Bréfritari: Benedikt Hálfdanarson
Dagsetning: A-1883-05-20
Skrifað á: Vesturheimi

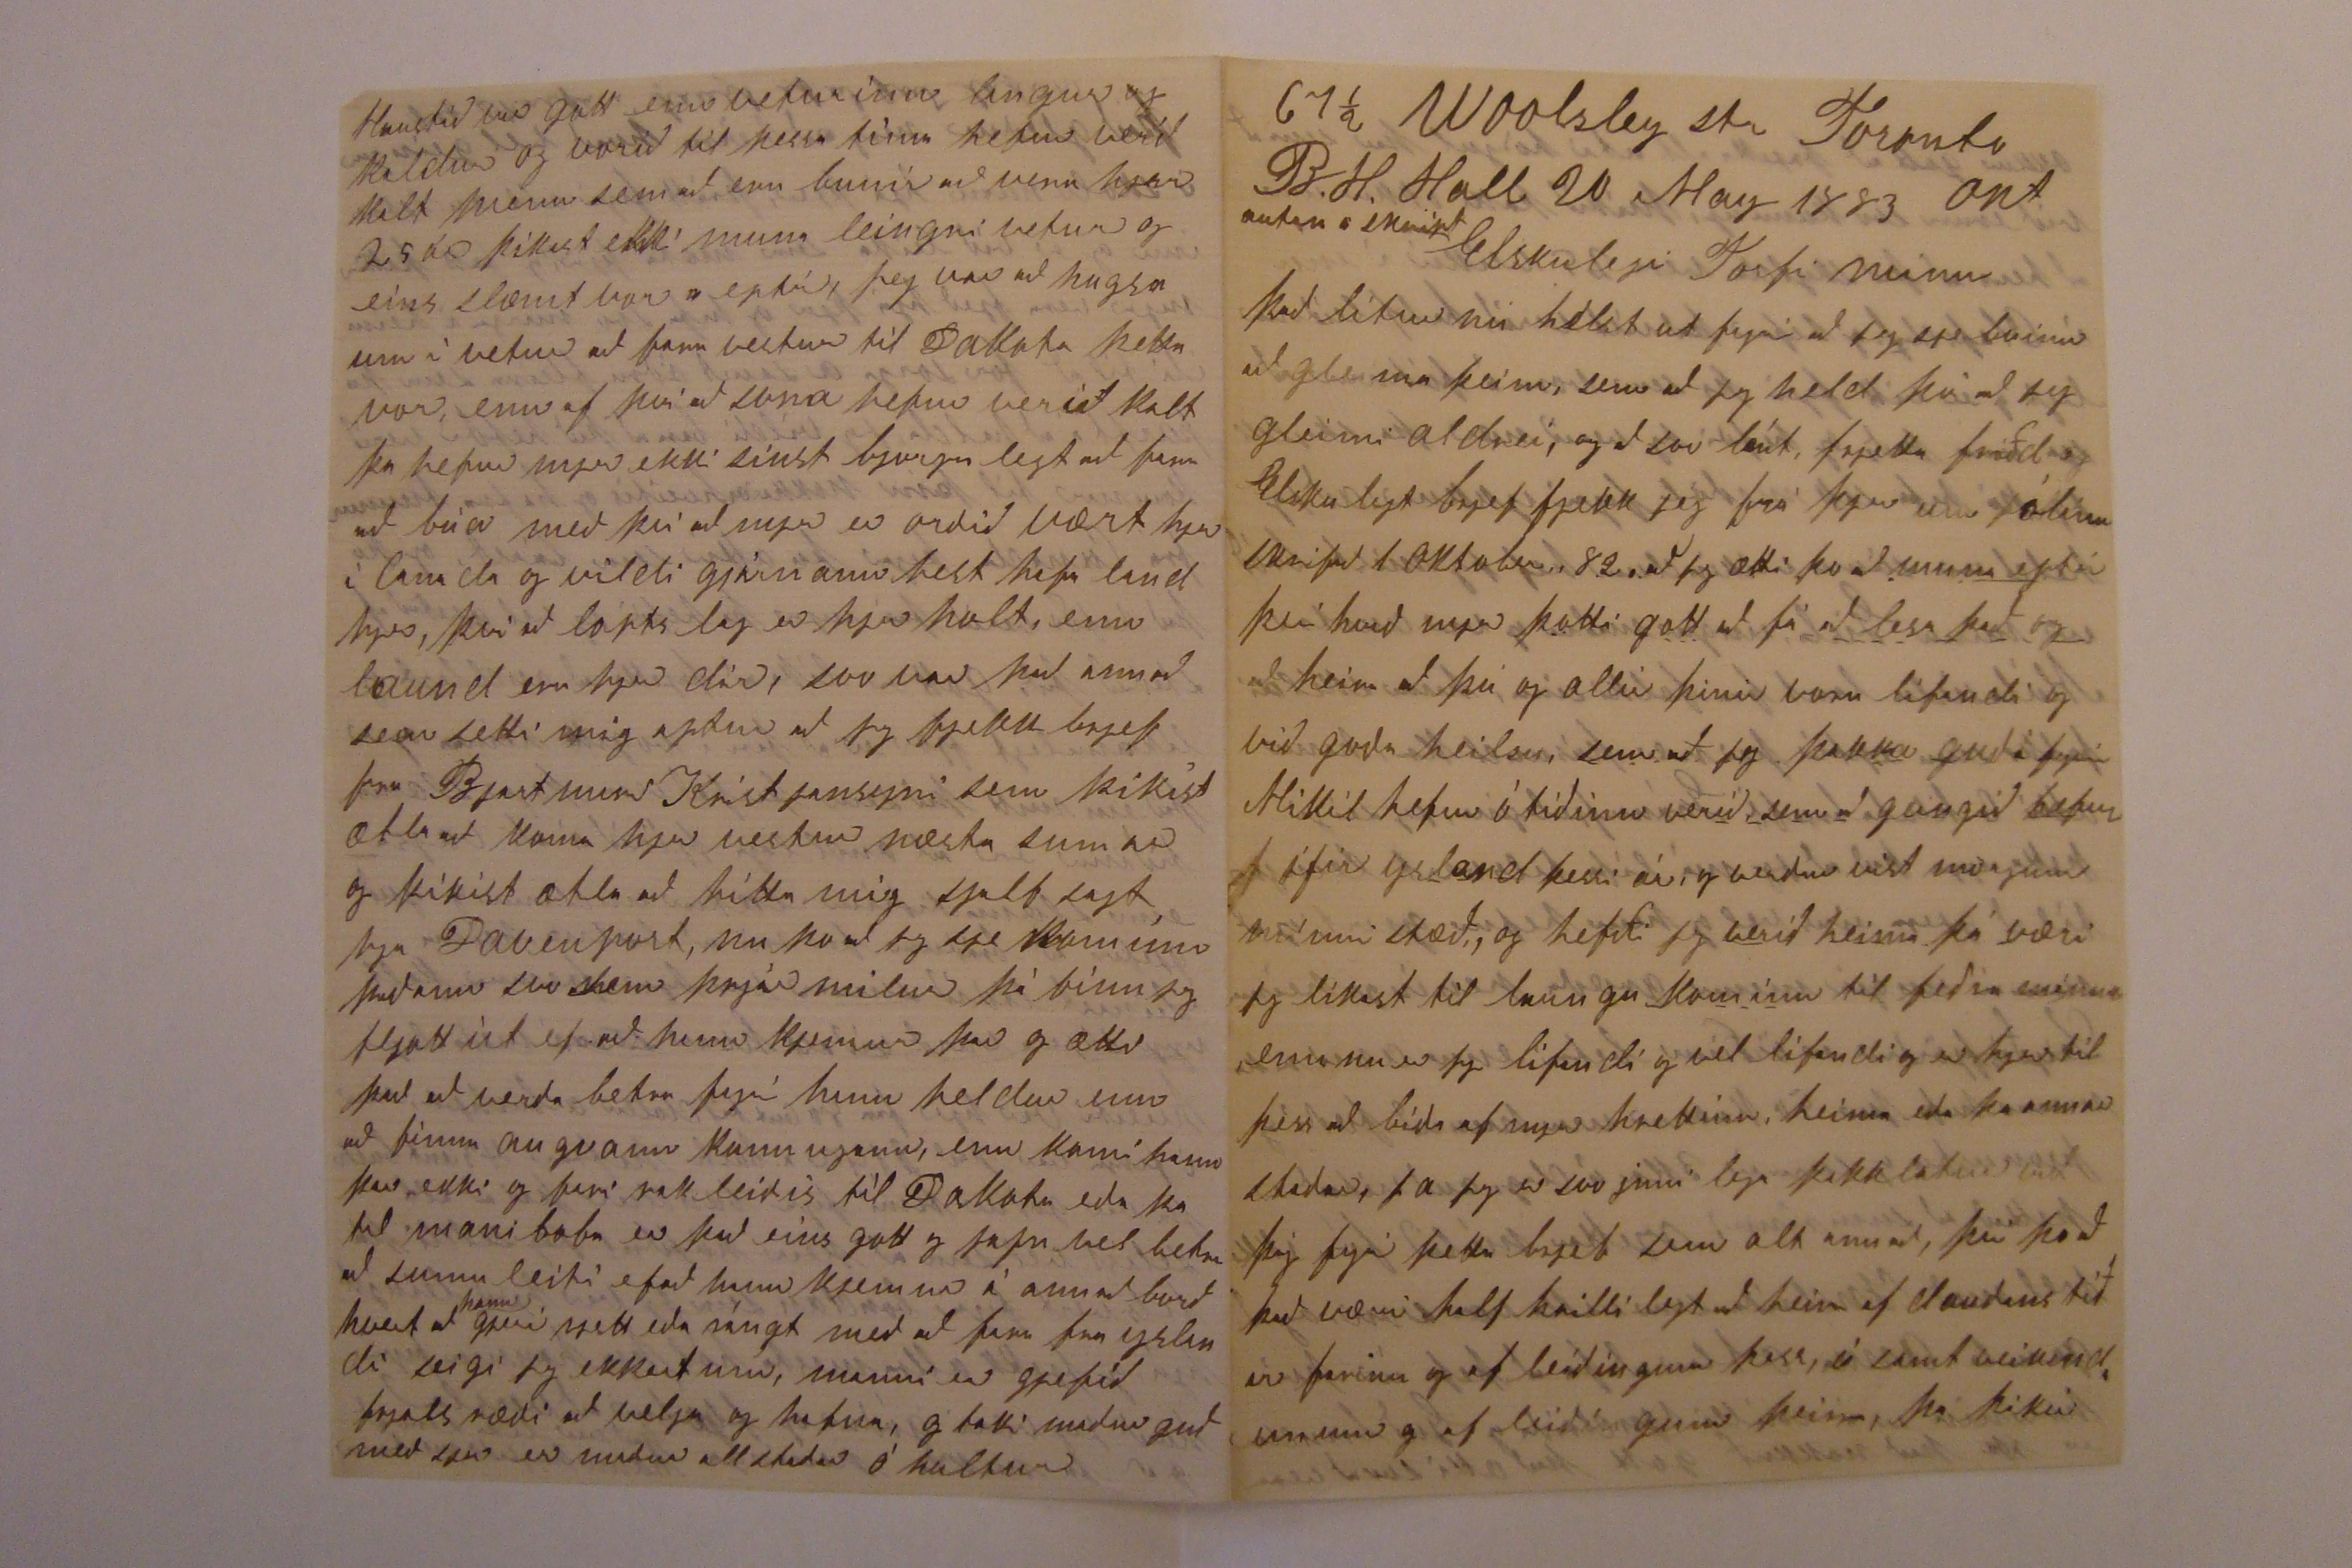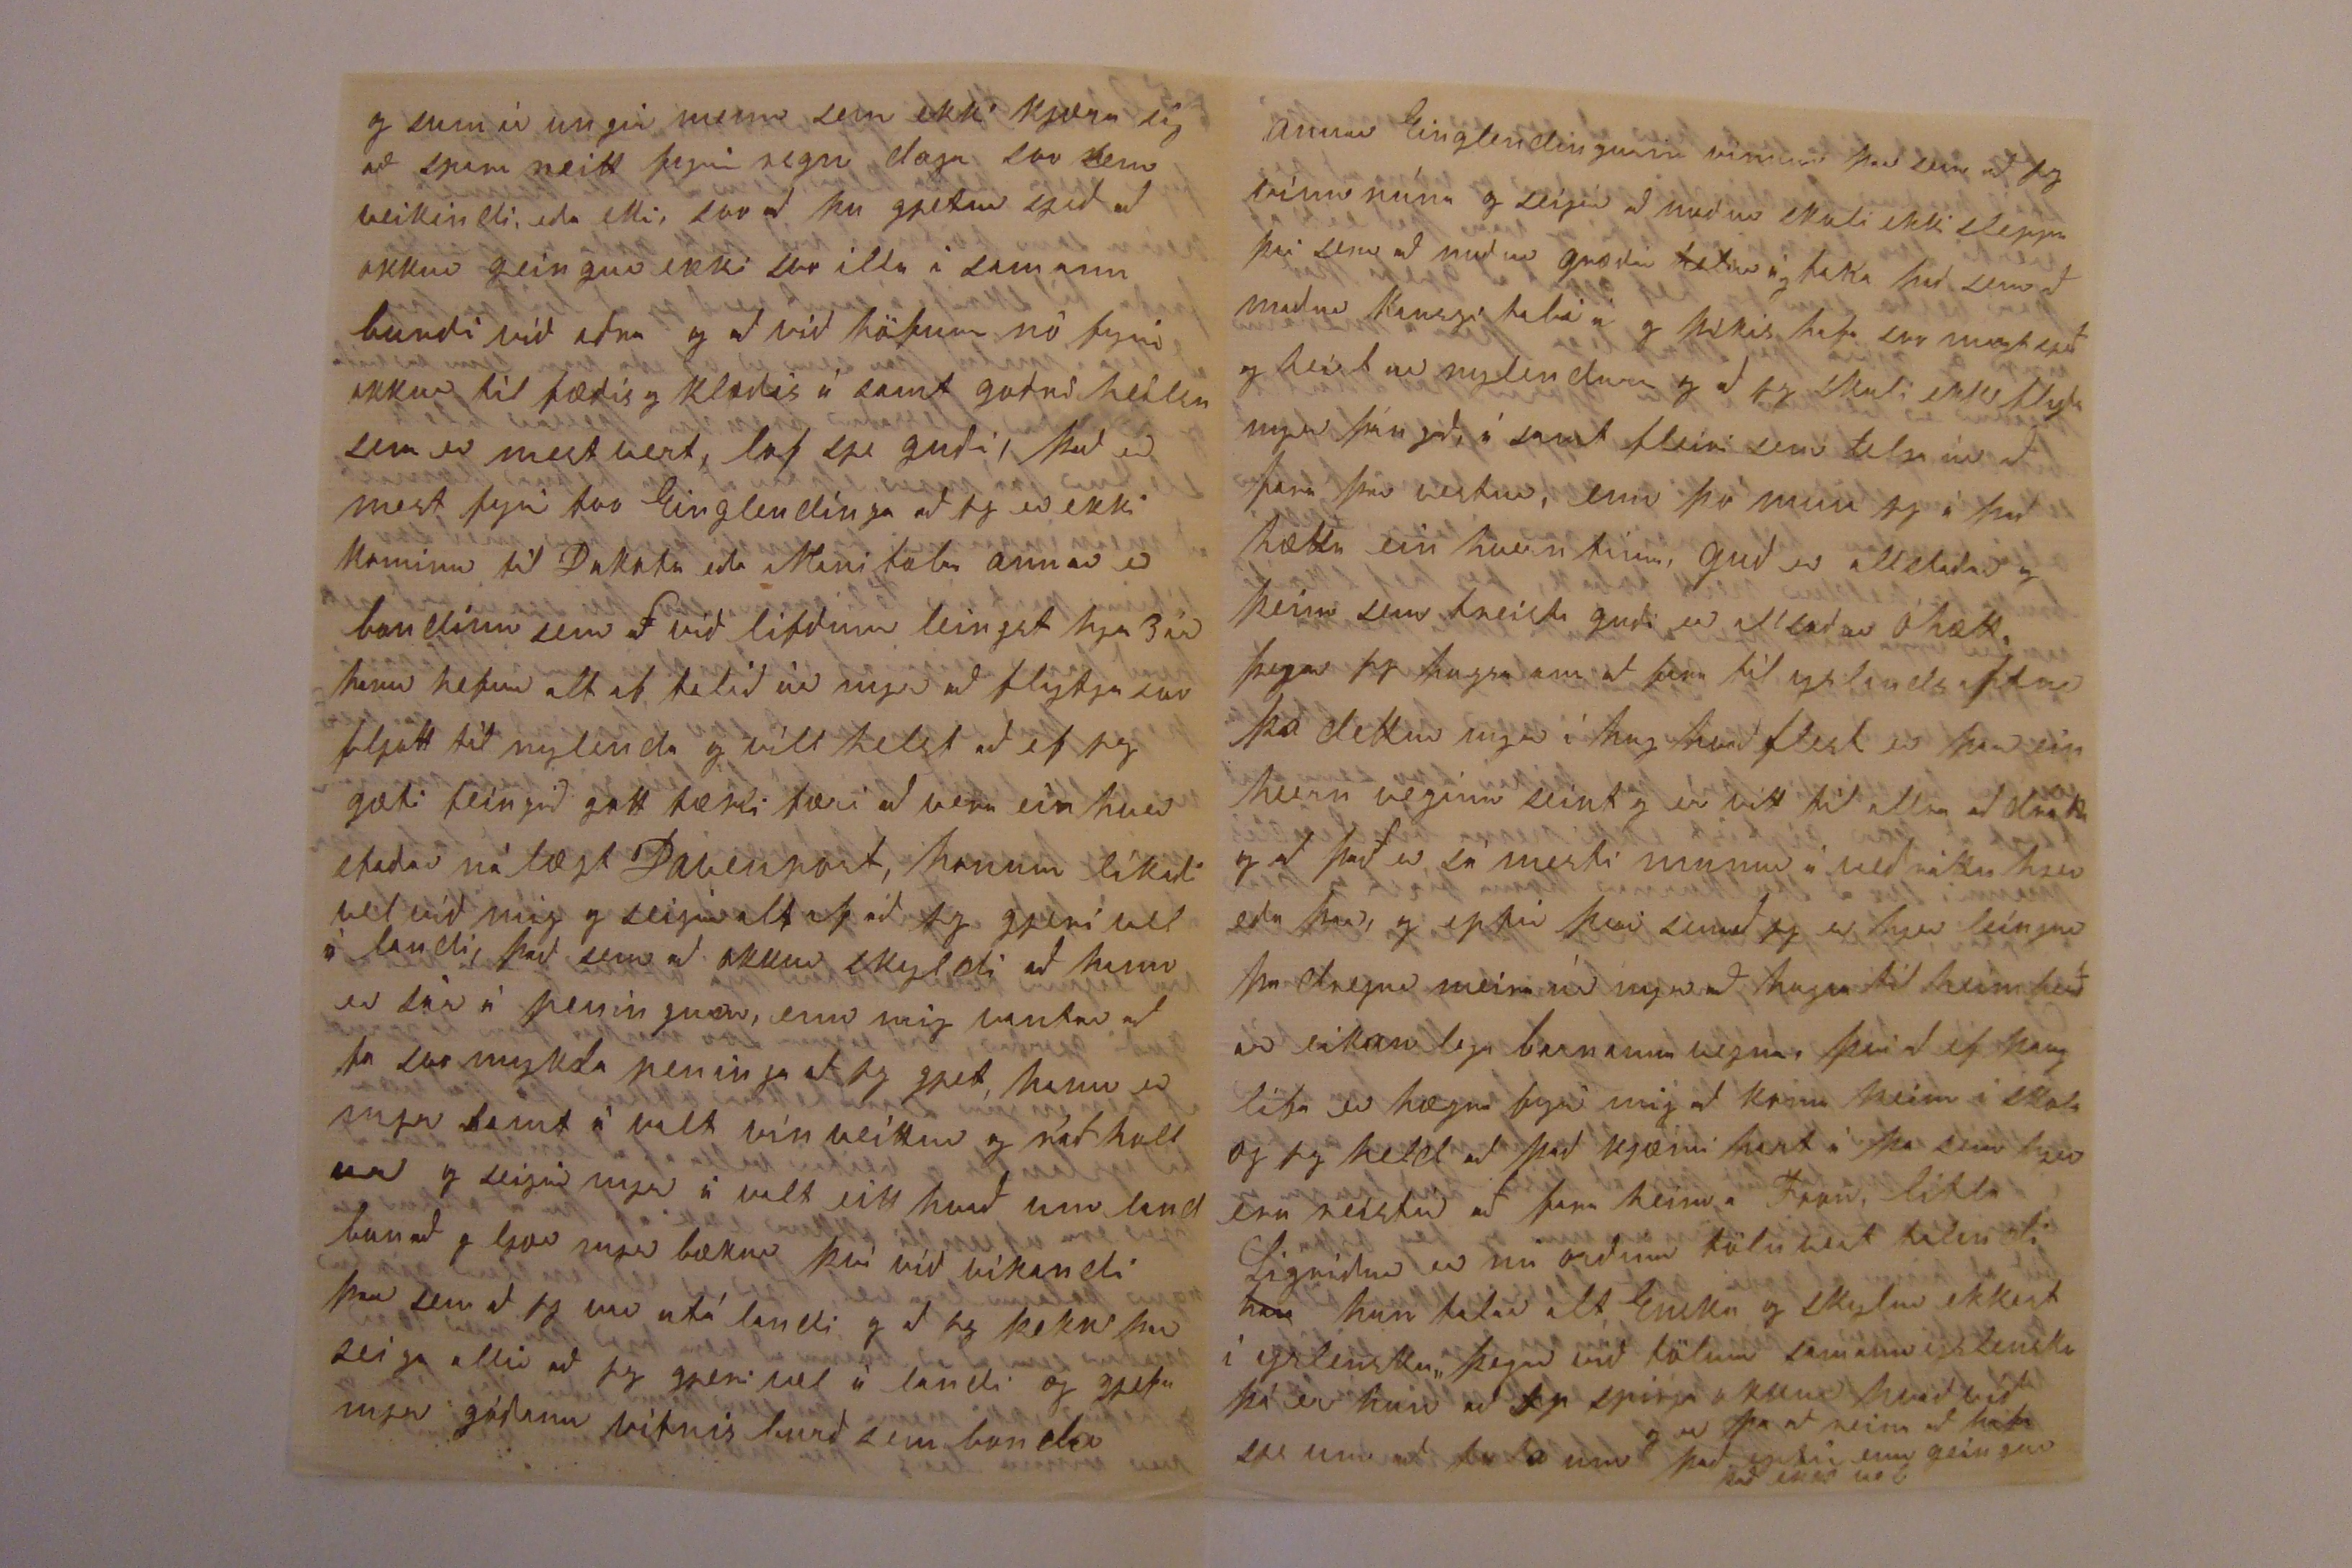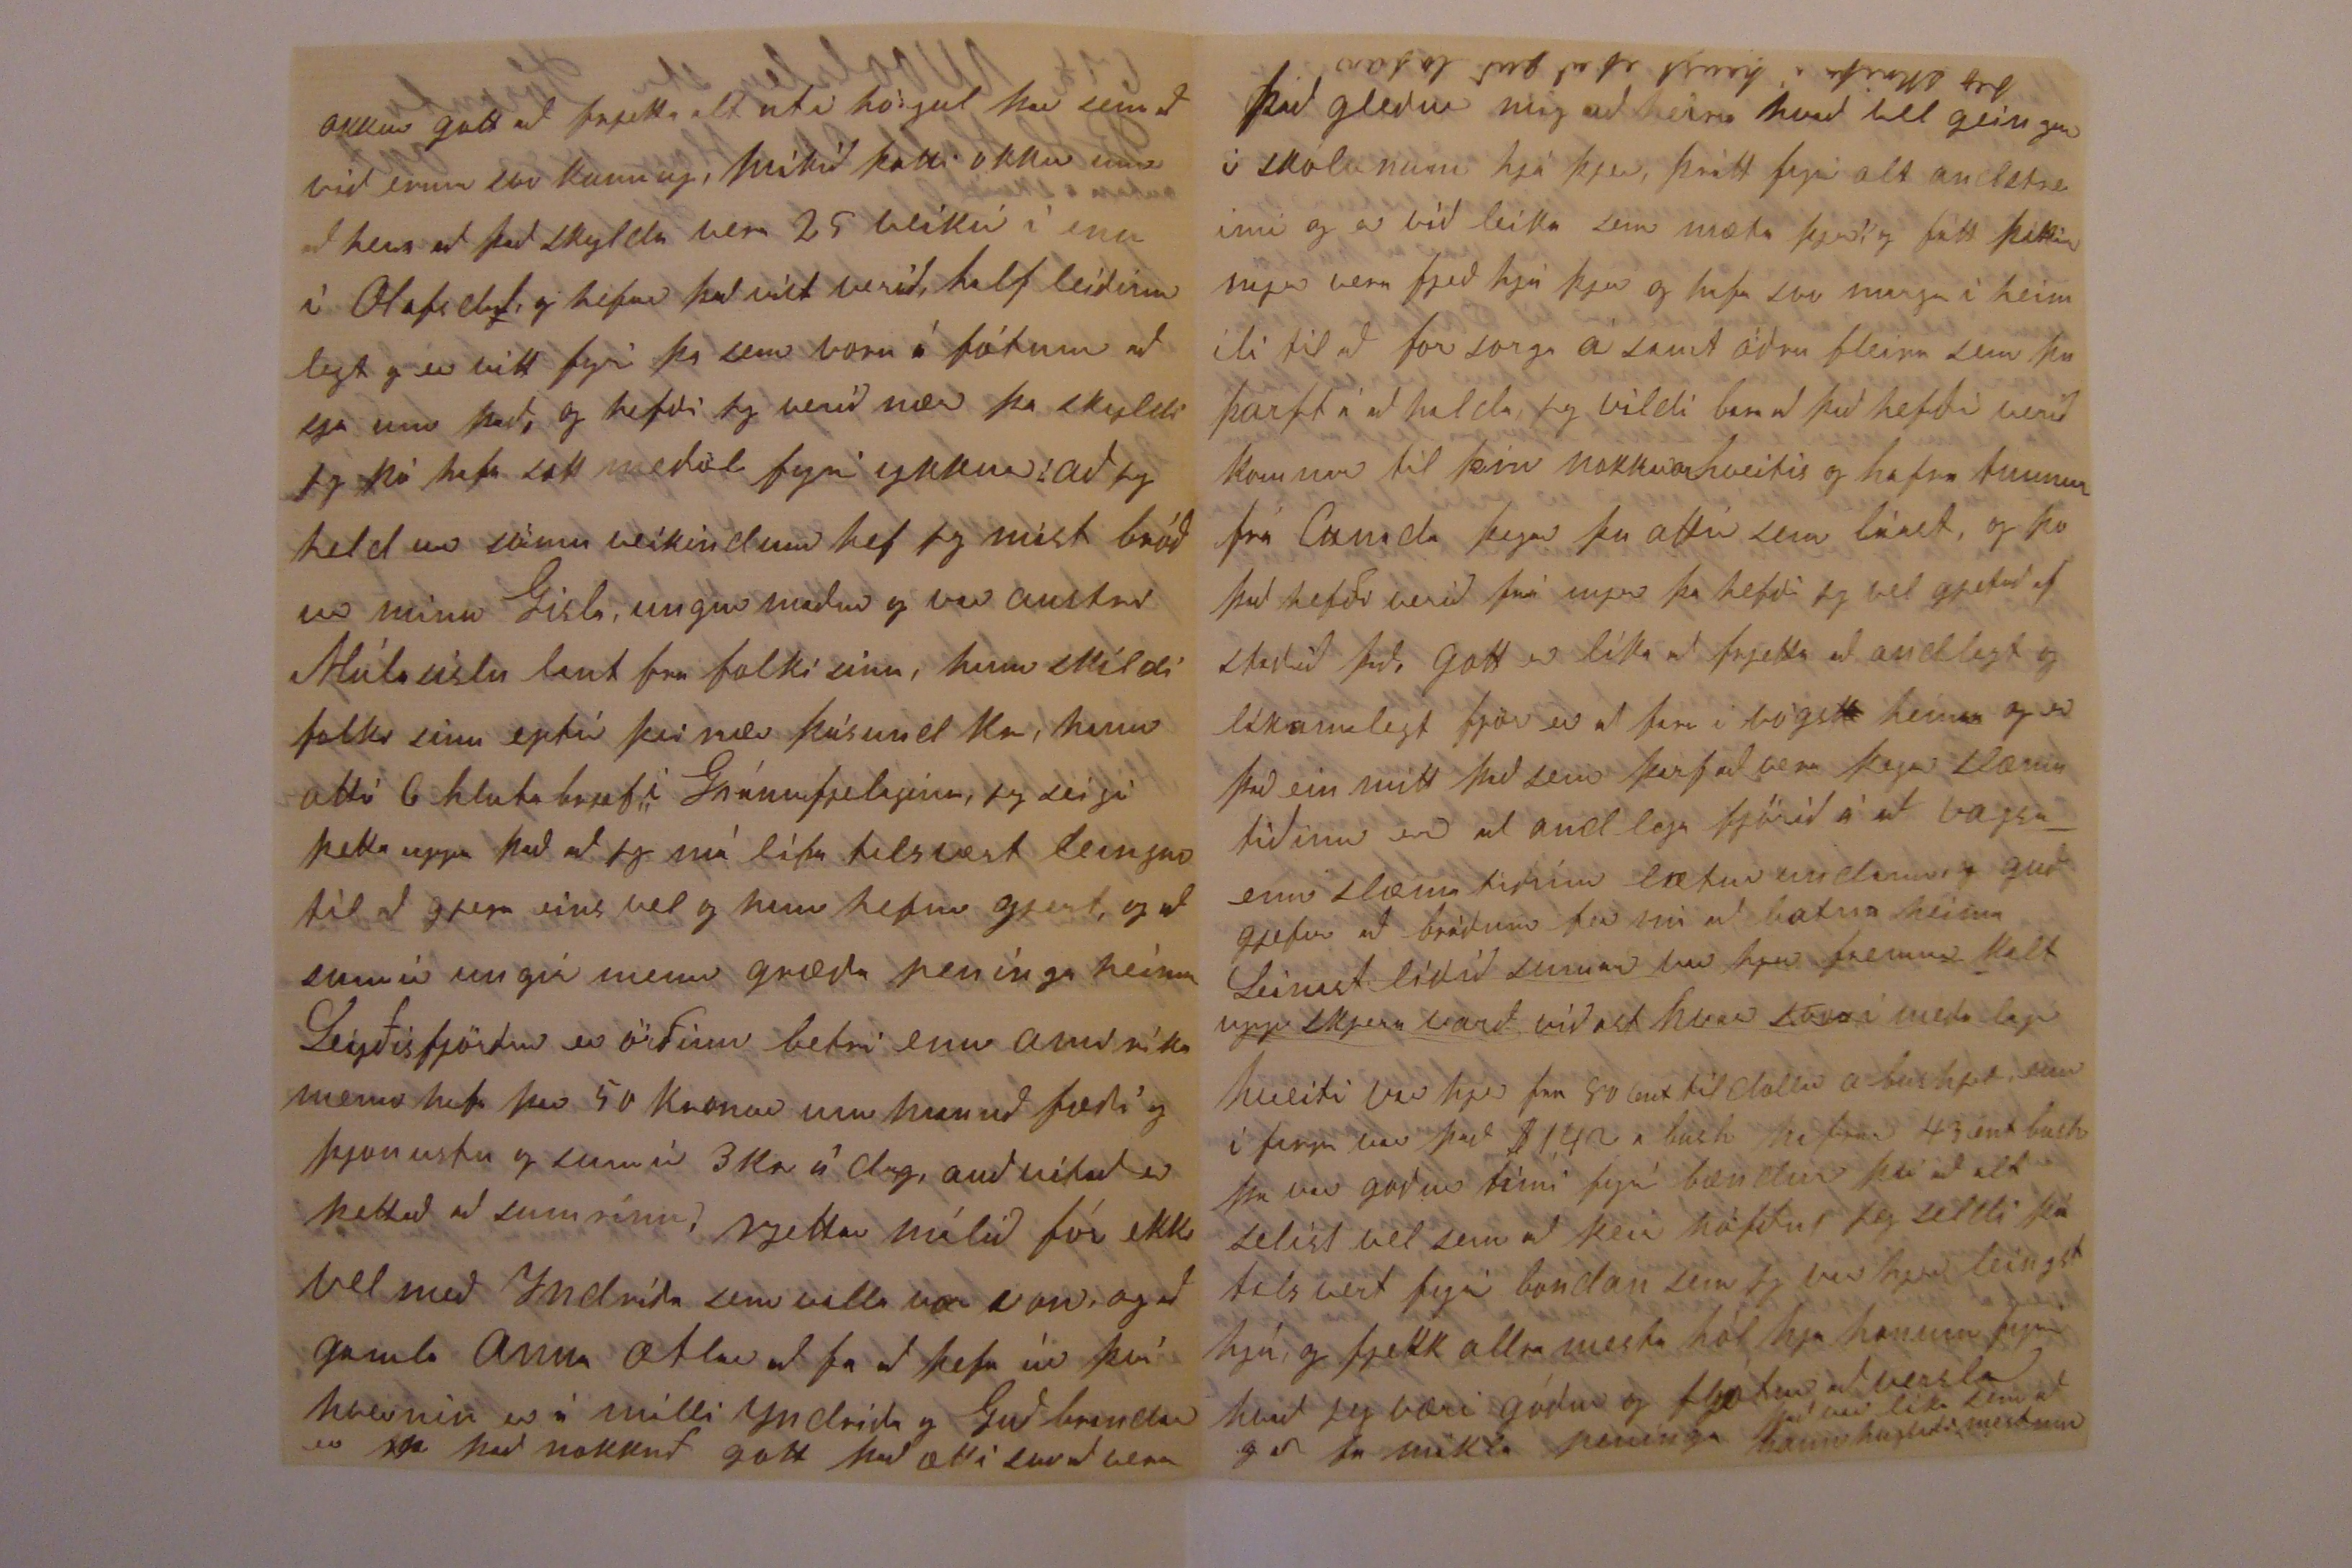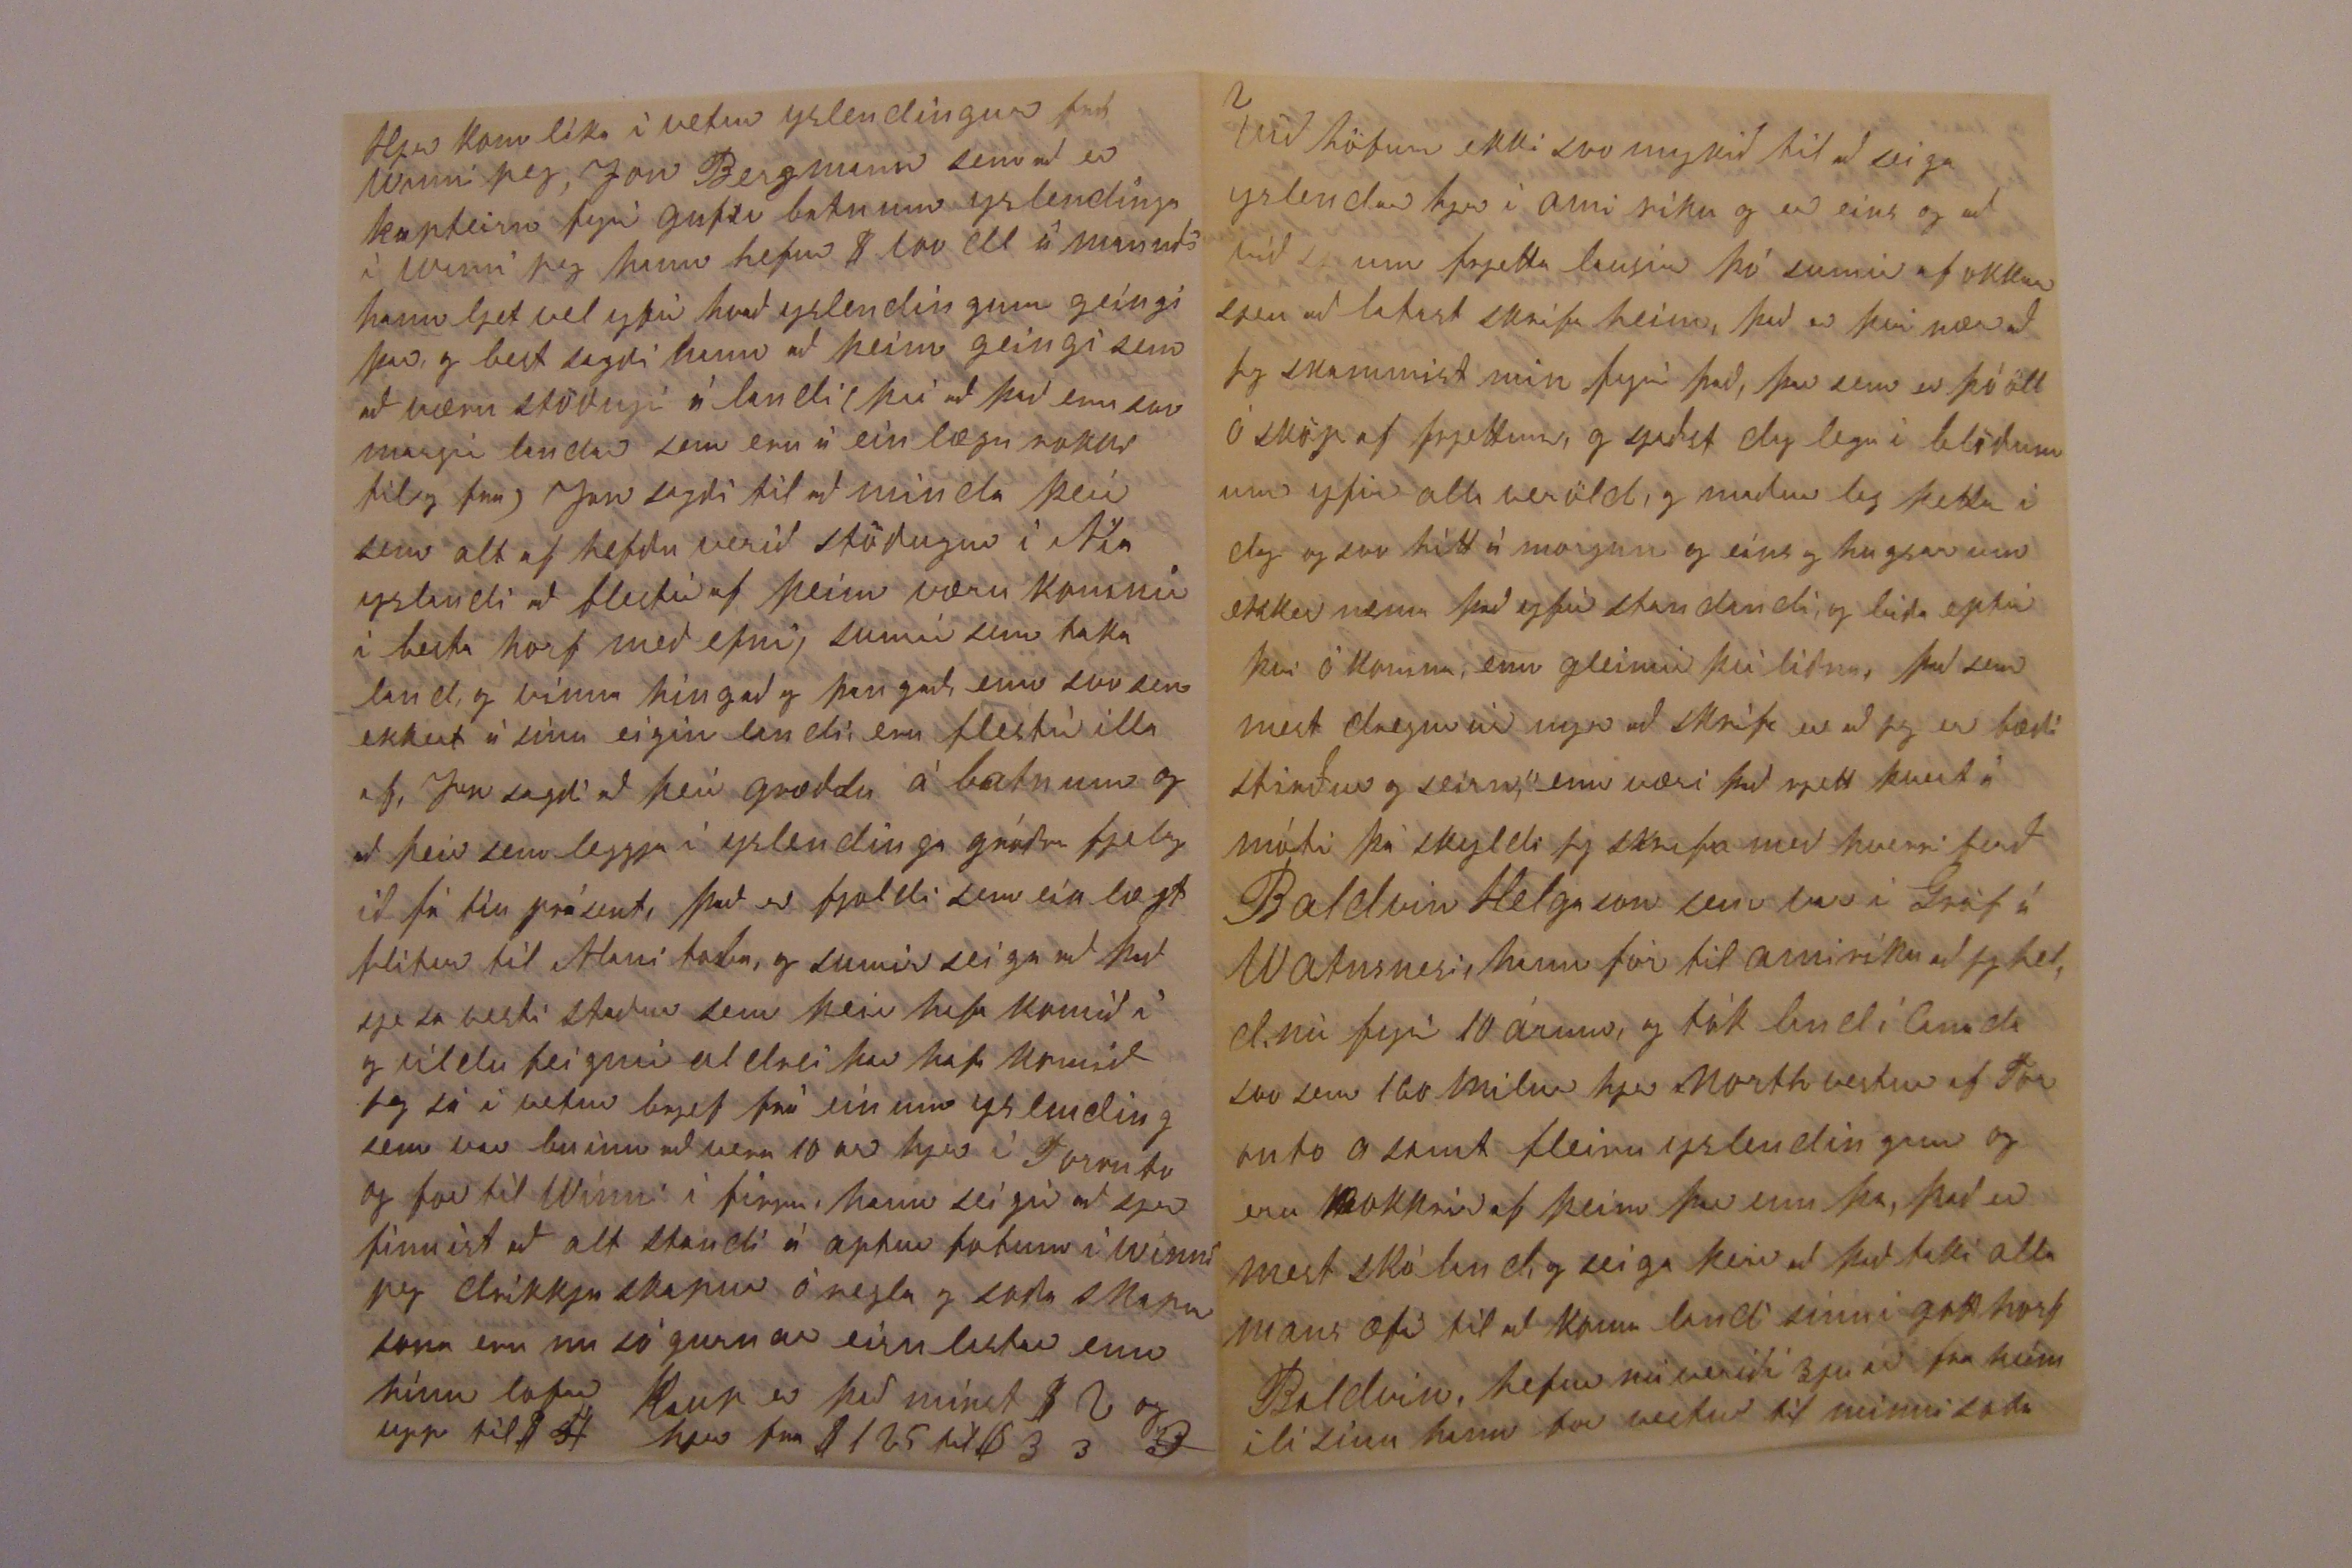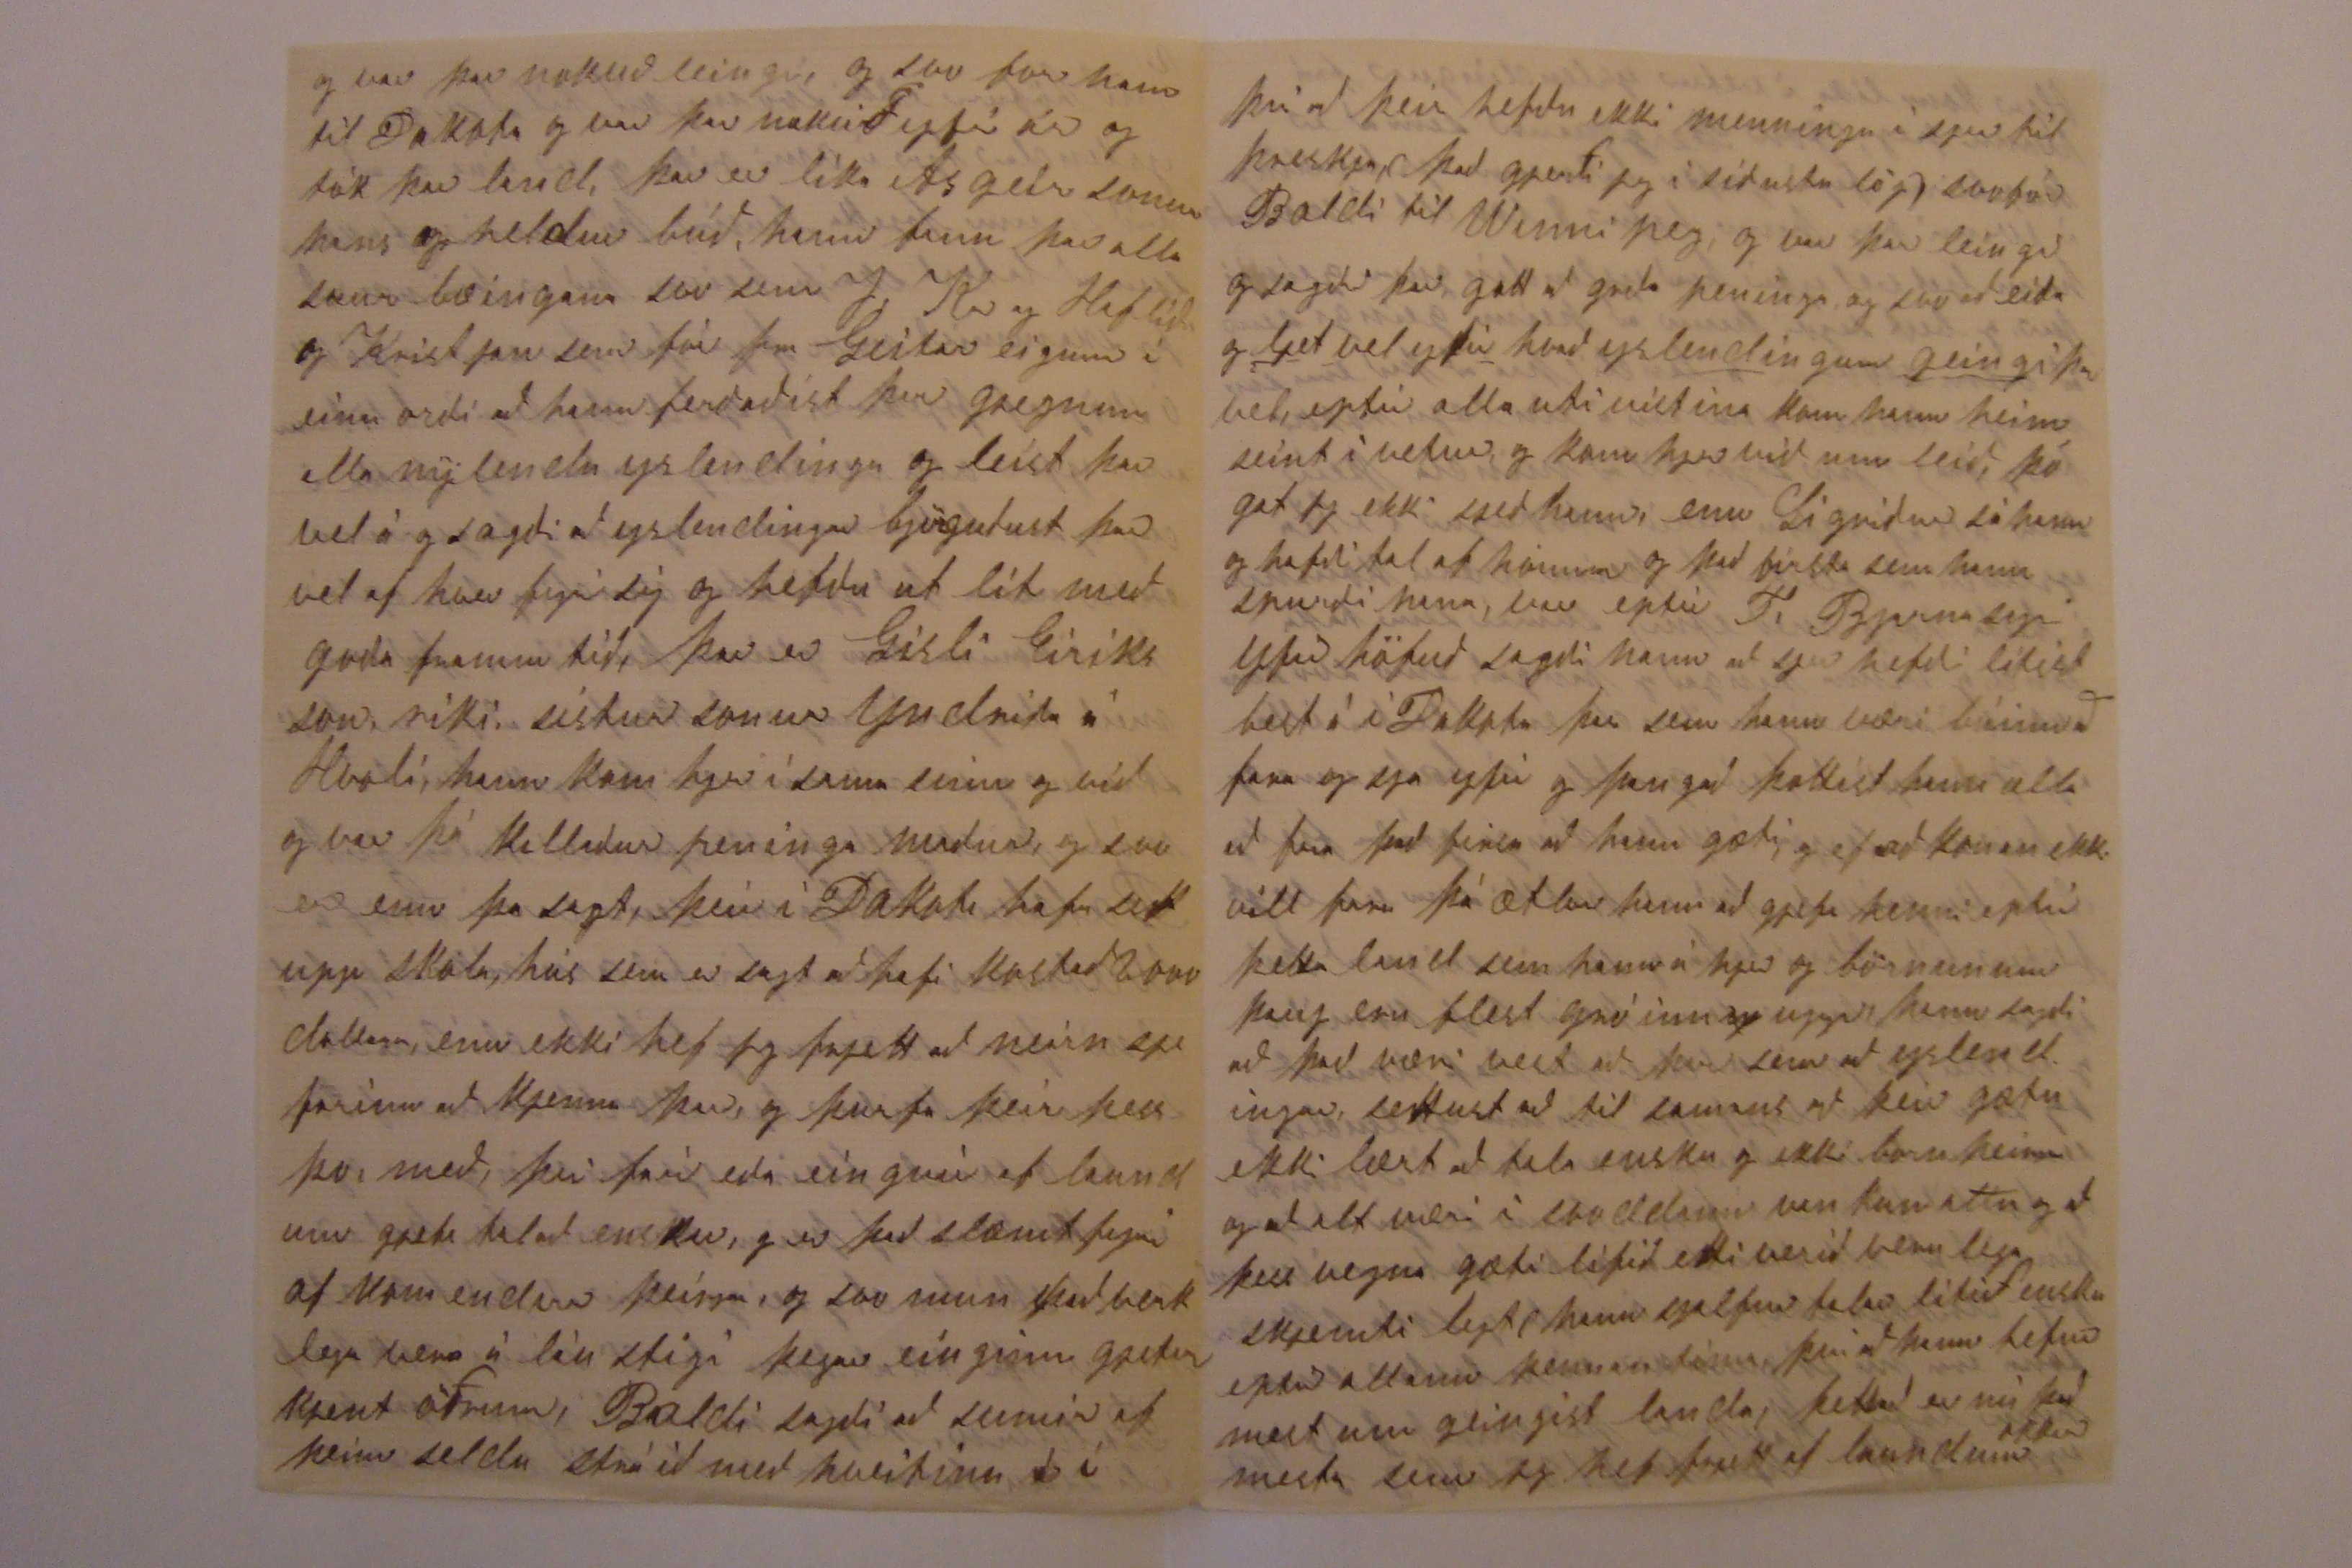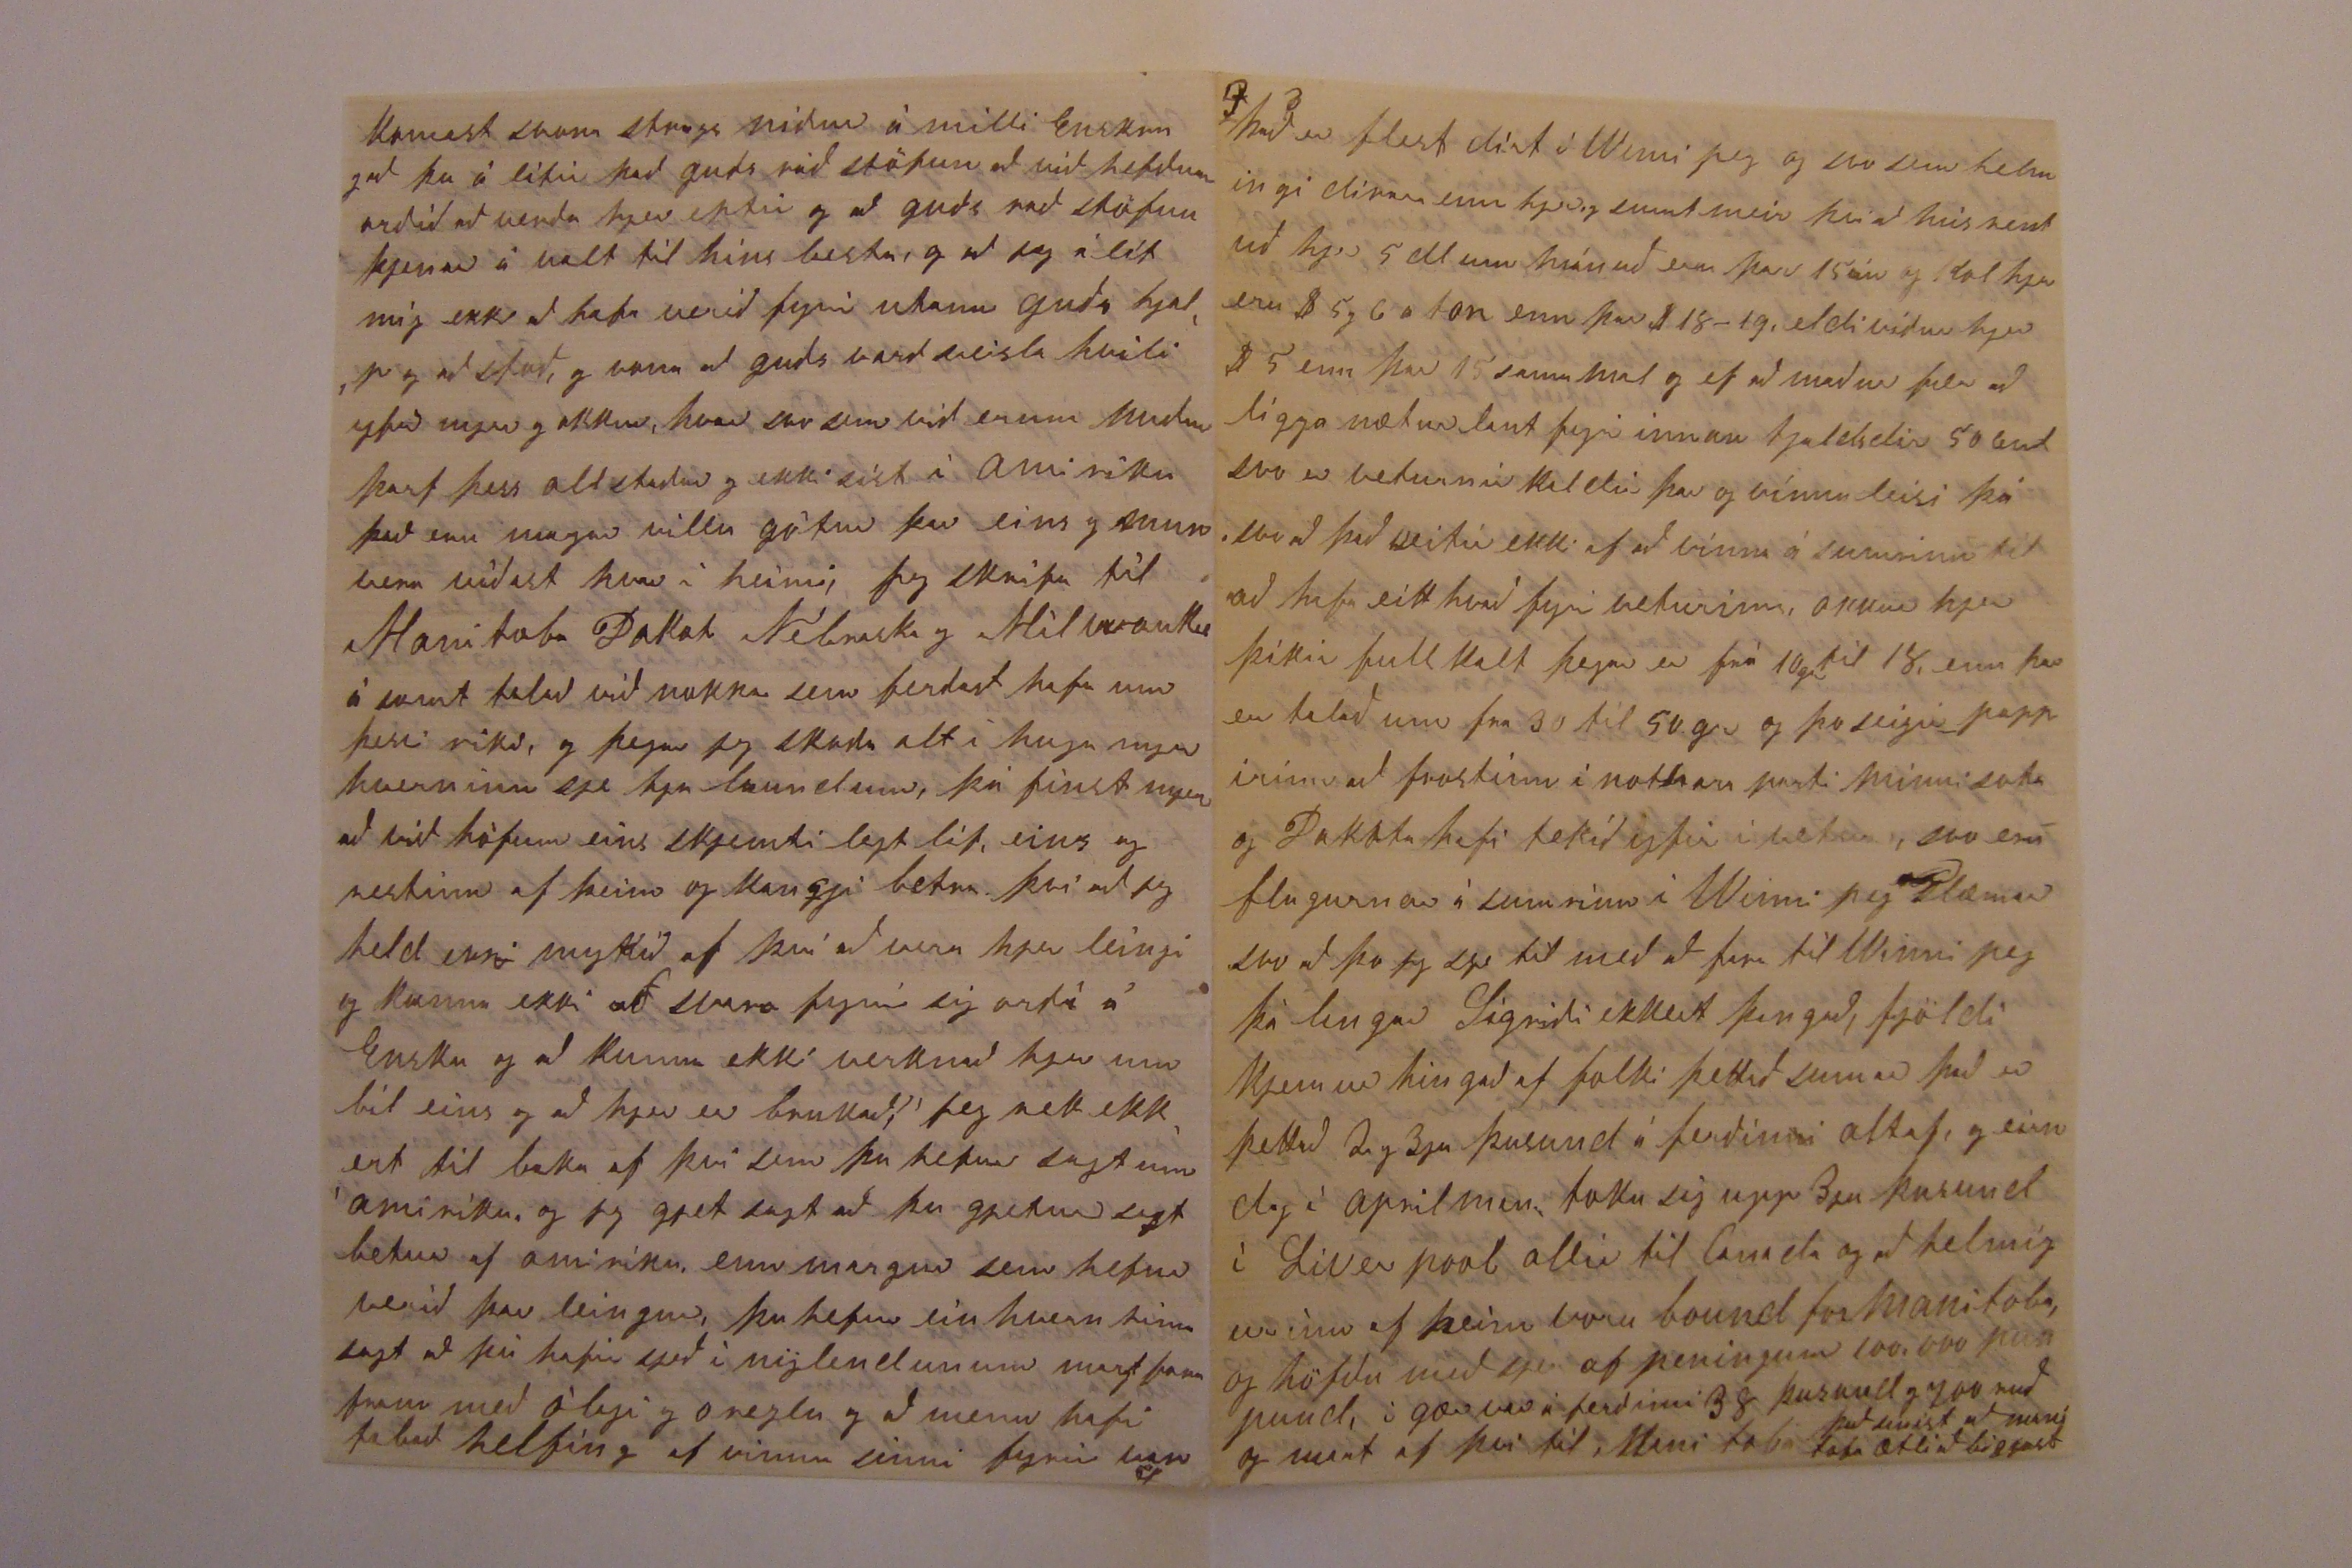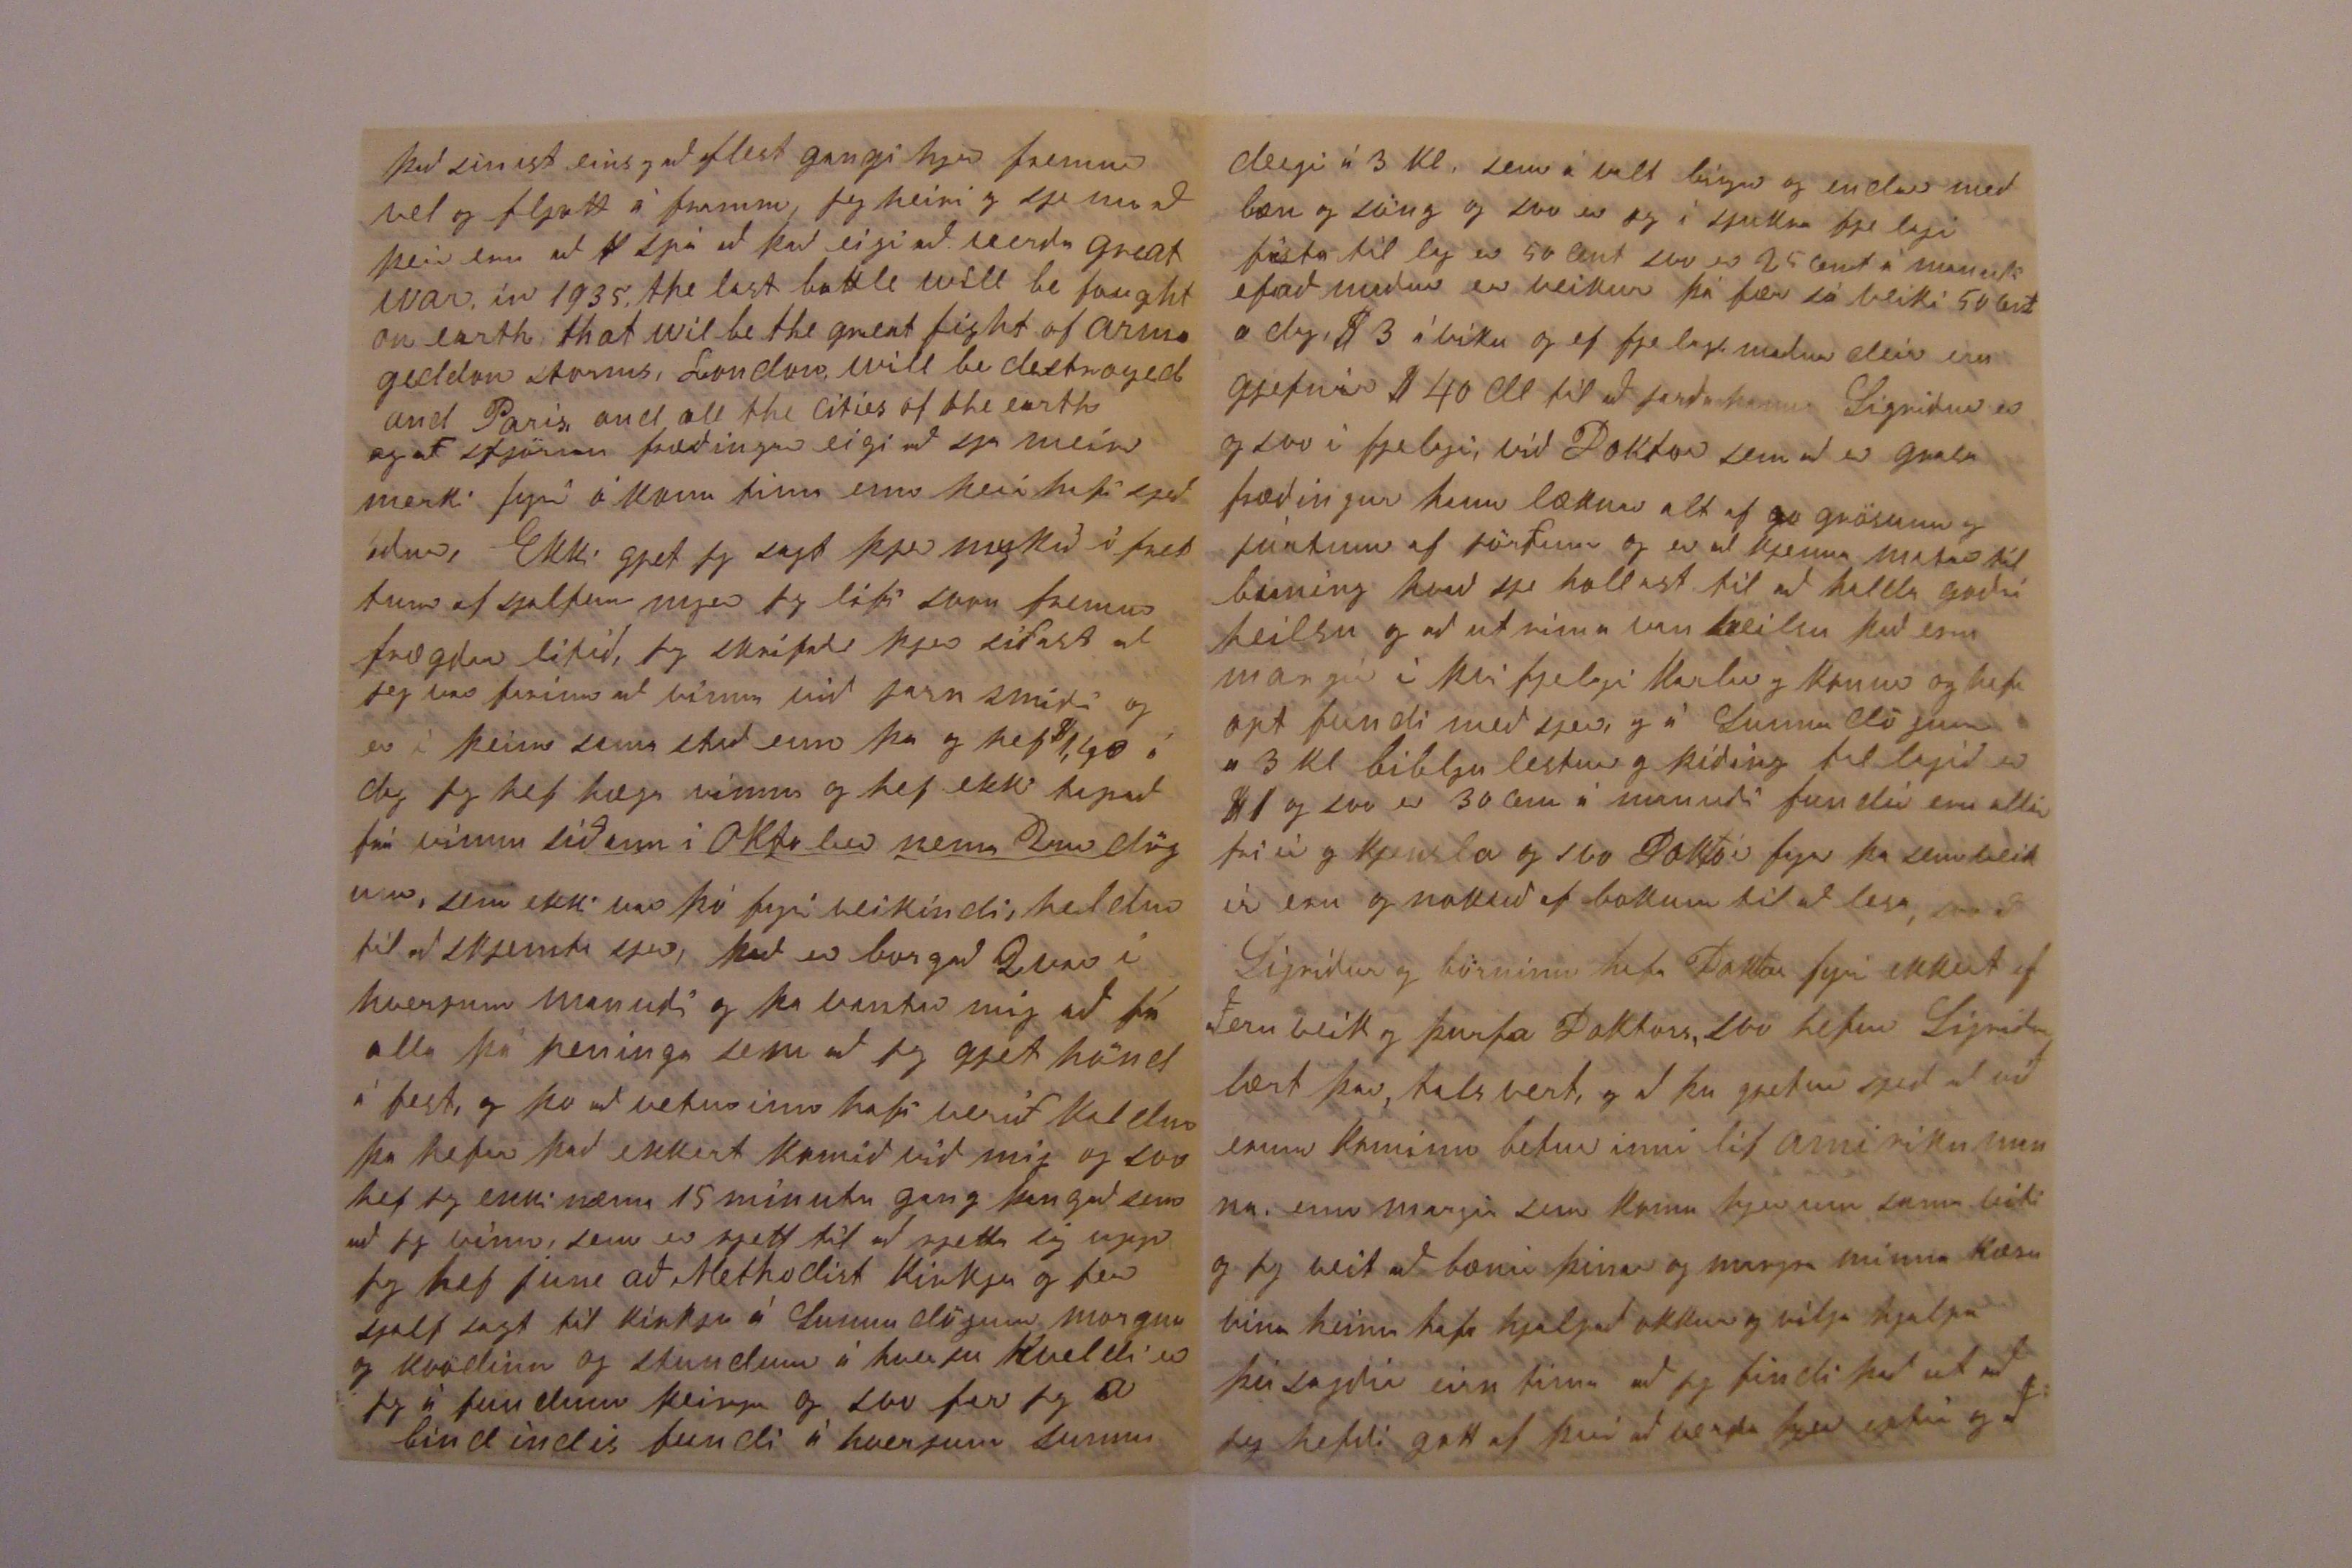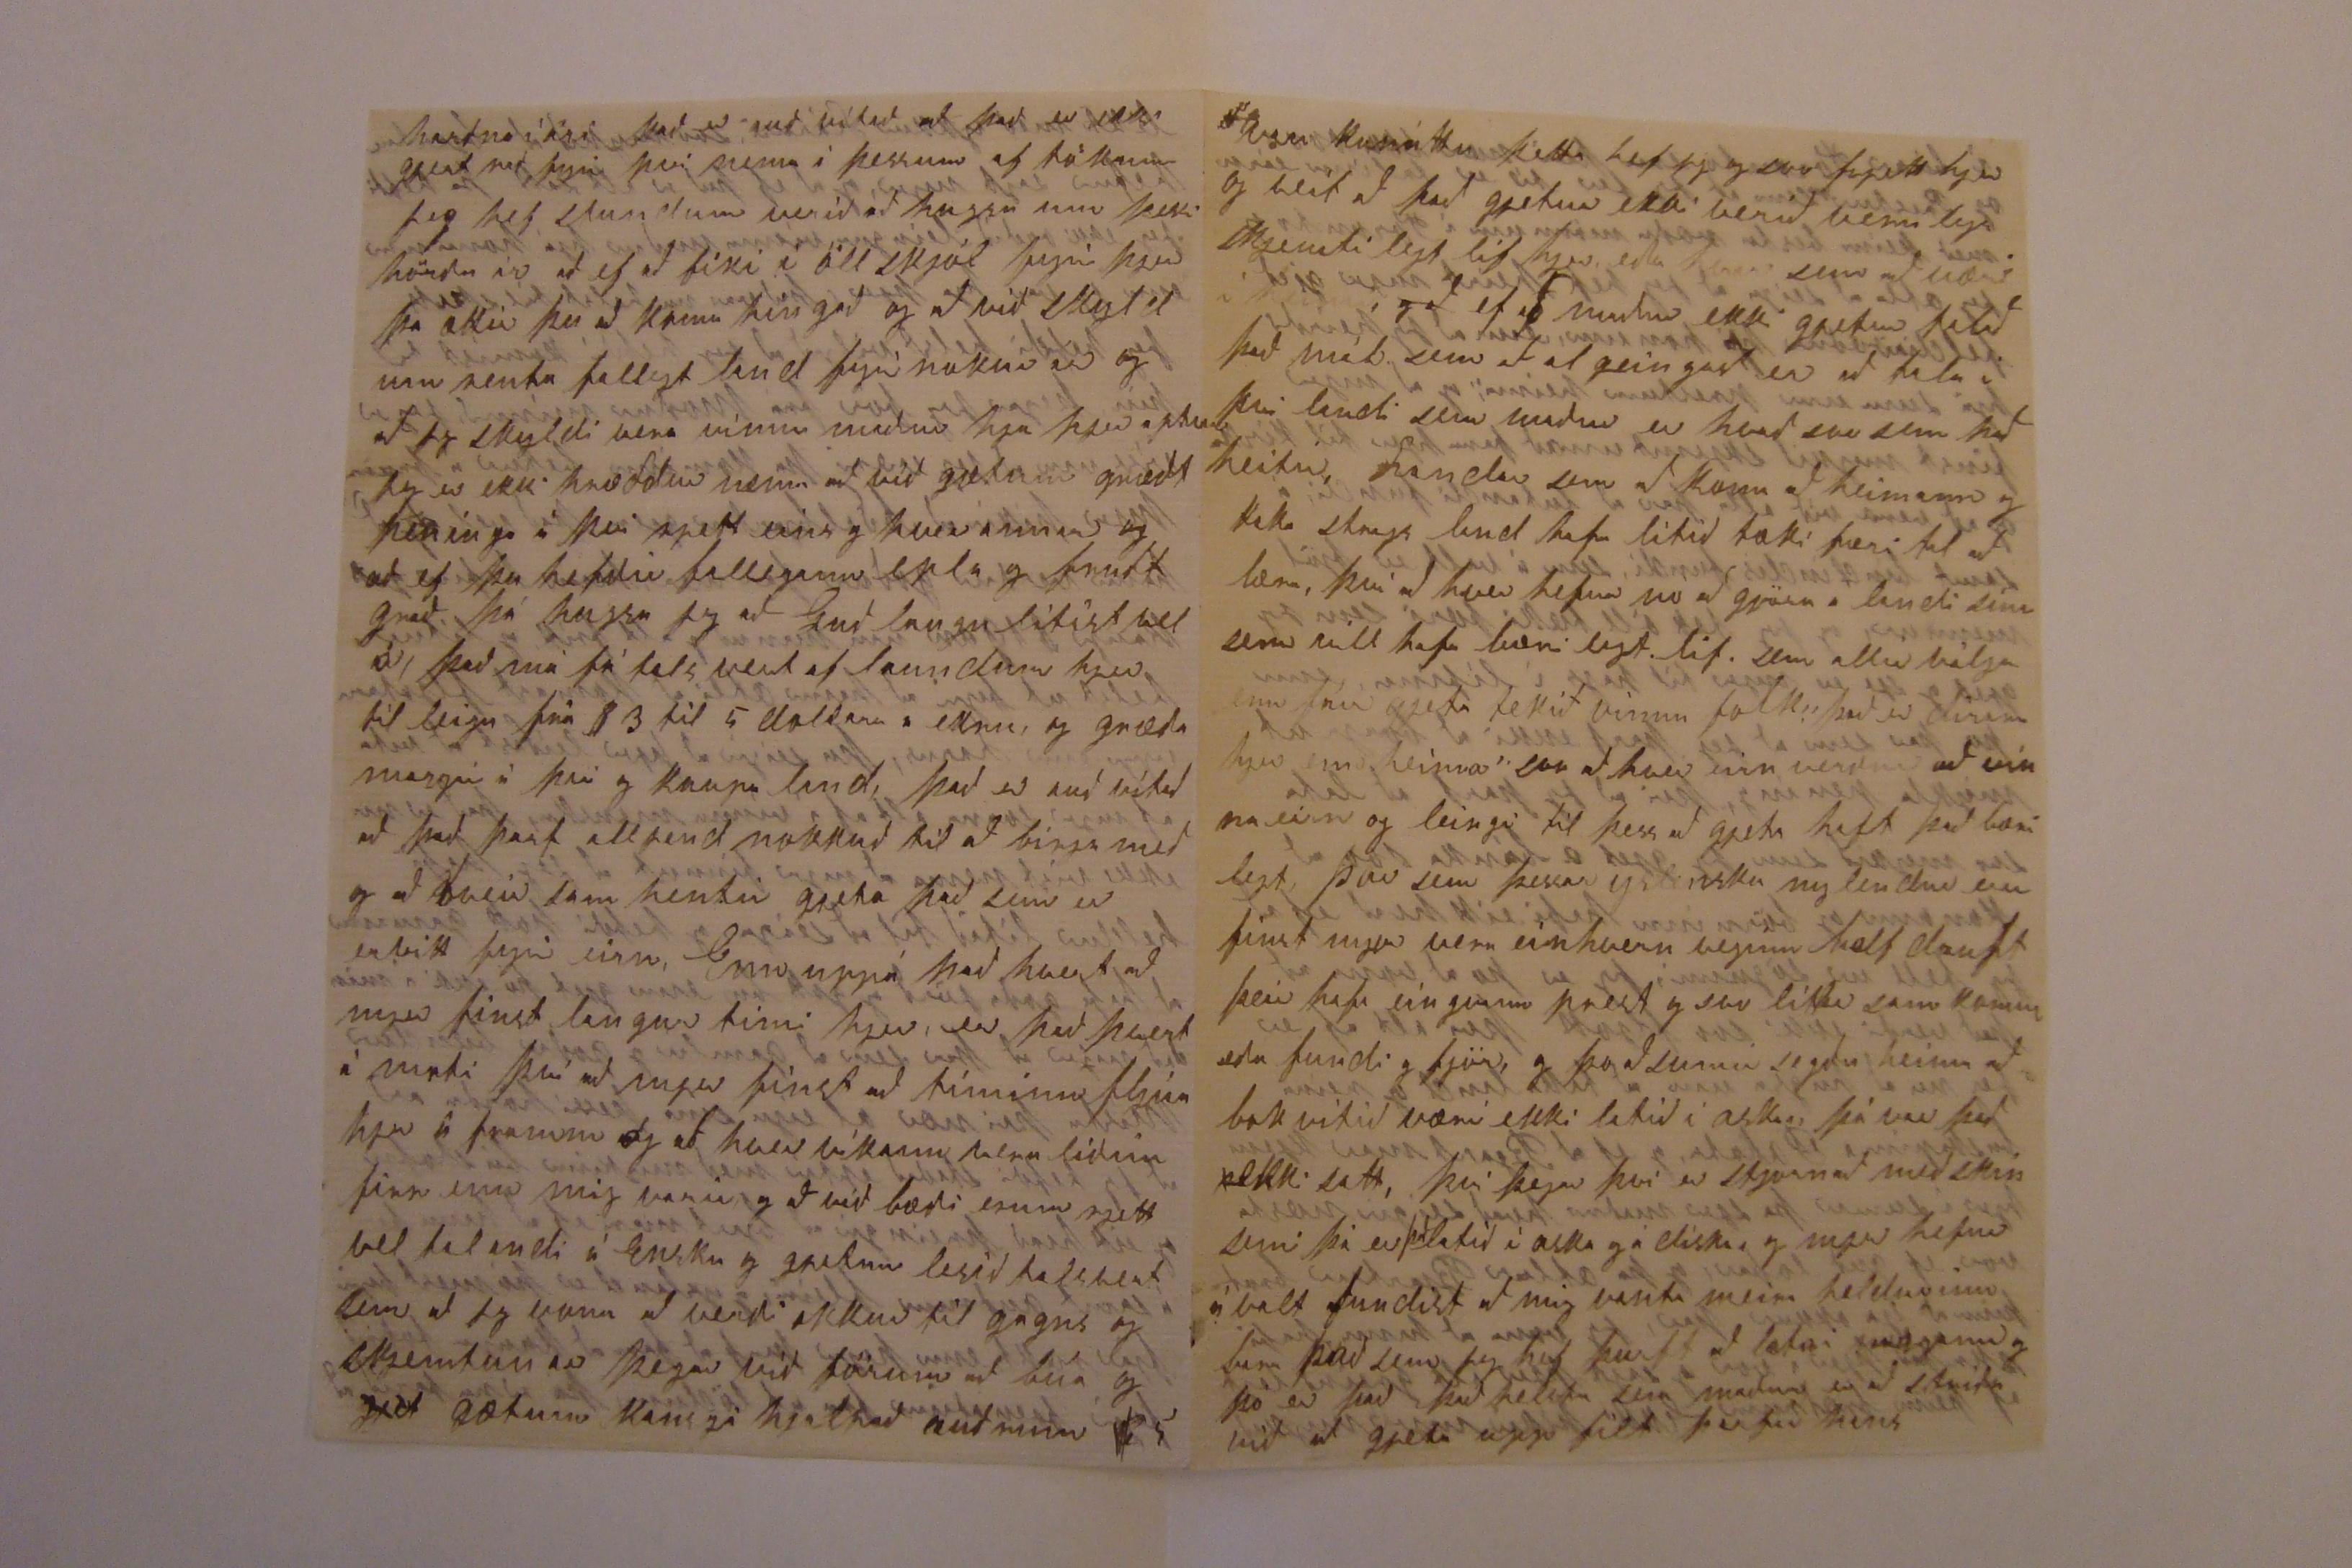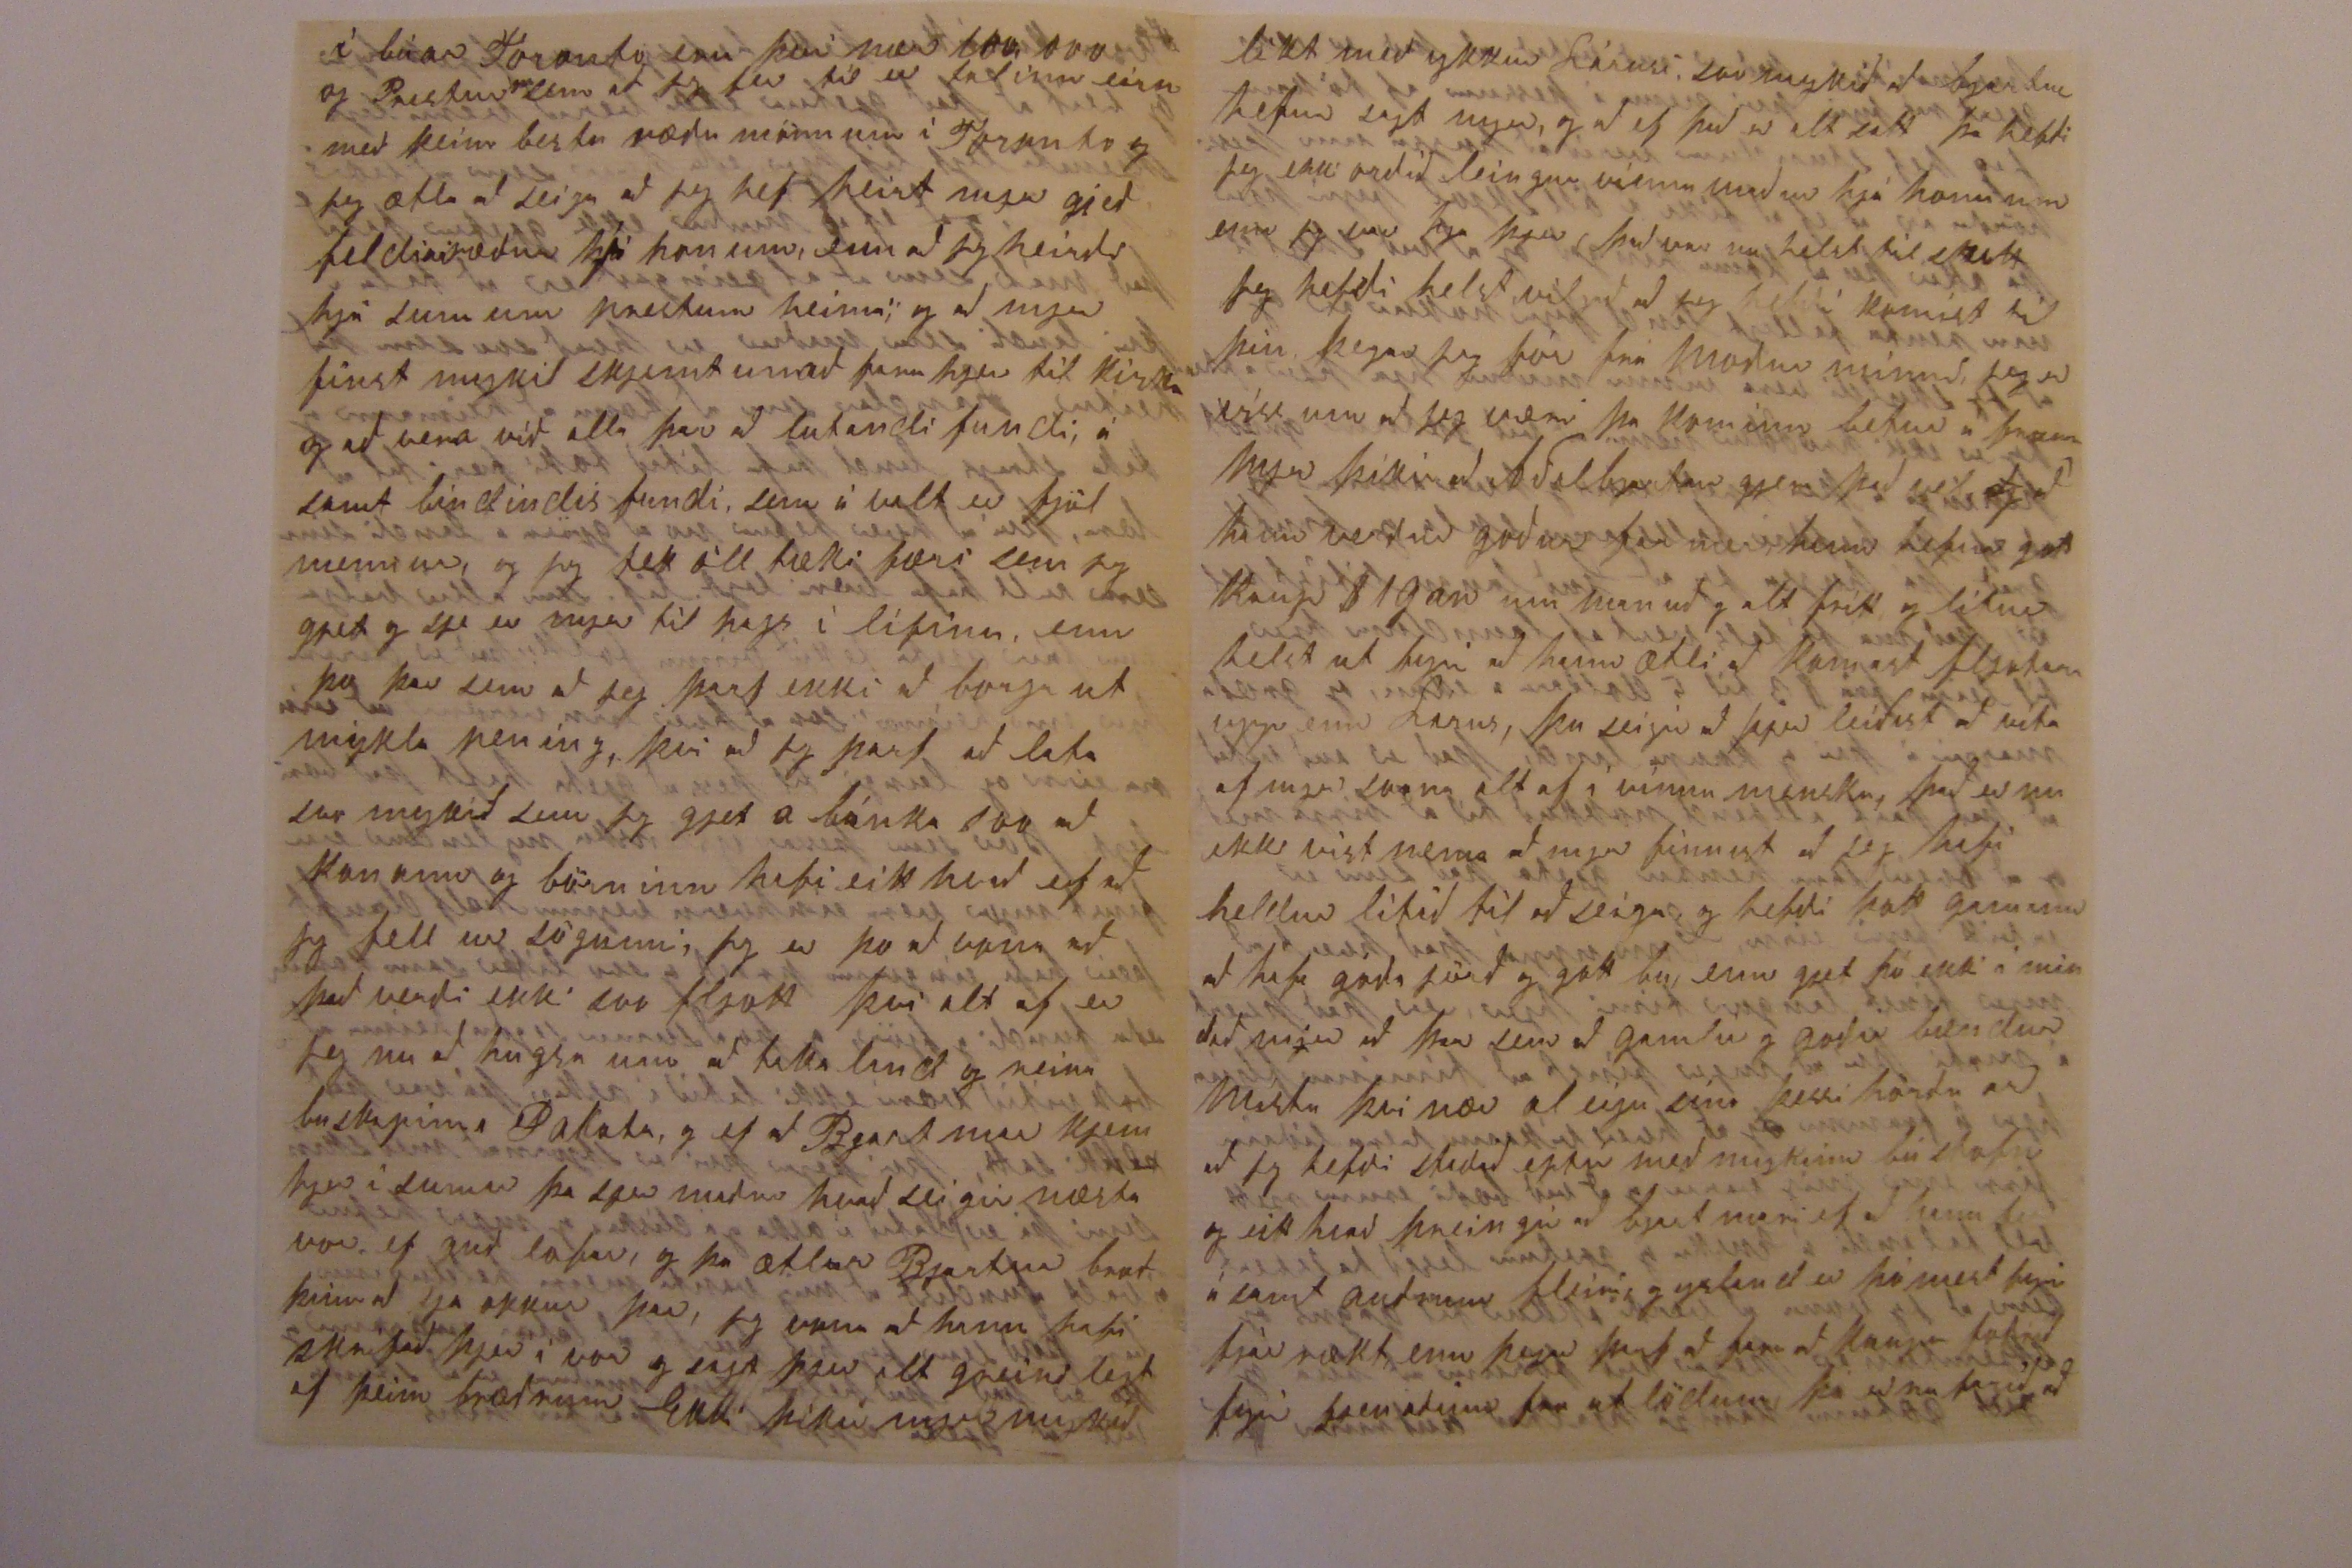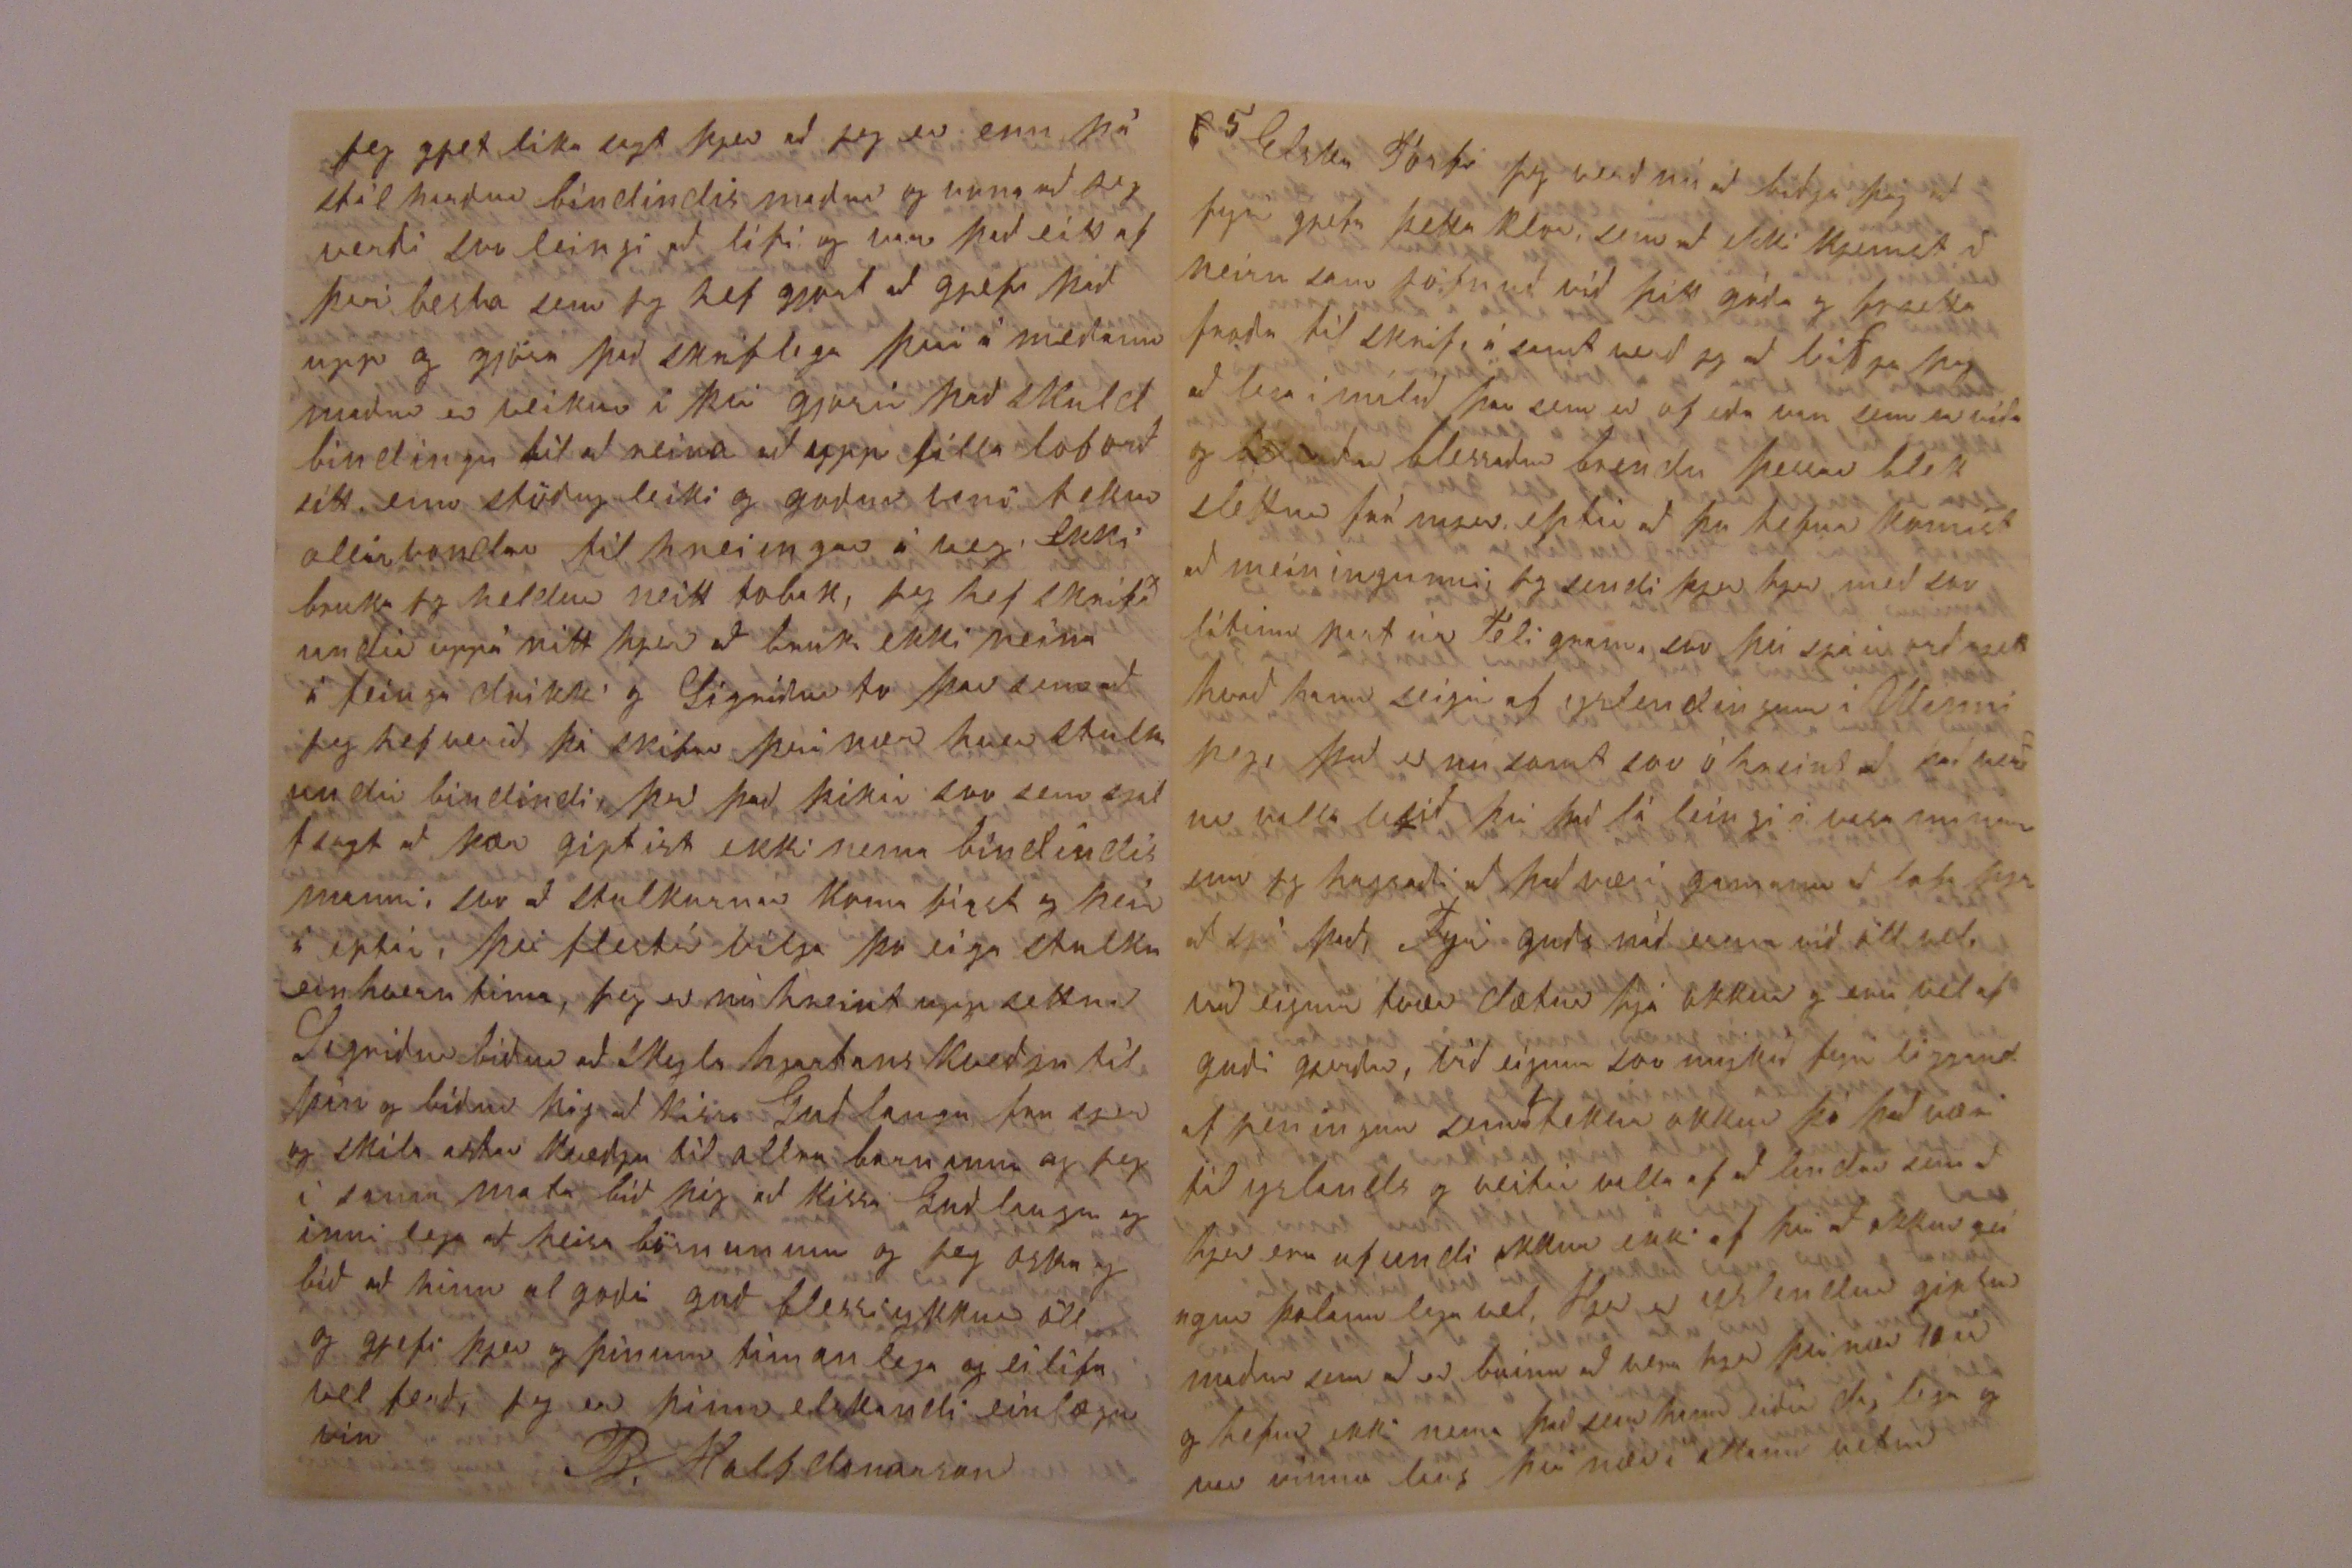

anum Einglendingurin vinnur þar sem að jeg vinn núna og seigir að maður skuli ekki sleppa því sem að maður græðir
tekur
og taka það sem að maður kansgi
tabar
á og þikis hafa svo margt sjeð og heirt ur nylendum og að jeg skuli ekki flyta mjer þangað, á samt fleiri sem telja úr að fara þar vestur, enn þó mun jeg á það hætta ein hvern tíma guð er allstaðar og þeim sem treista guði er allstaðar óhætt.
þegar jeg hugsa um að fara til yslands aptur þa dettur mjer í hug
harð
flest er þar ein hvern veginn seint og er vitt til allra að drátta og að það er sá mesti munur á veðráttu hjer eða þar, og eptir því sem að jeg er hjer leingur þa dregur meira úr mjer að hugsa til heimferðar eikanlega barnanna vegna, því að ef þaug lifa er hægra fyrir mig að koma þeim í skola og jeg held að það kjæmi hart á þau sem hjer eru reistir að fara heim á Fron, litla Sigríður er nú orðinn töluvert talandi
hun
hun talar alt Ensku og skylur ekkert í yslensku, þegar við tölum samann yslensku þá er hun að
00
spirja okkur hvað við sjeum að tala um
og er þa að reina að hafa
það eptir enn geingur
það ekki vel
jeg gjet líka sagt þjer að jeg er enn þá stál harður bindindis maður og vona að jeg verði svo leingi að lifi og var það eitt af því besta sem jeg hef gjört að gjefa það upp og gjöra það skriflega því á meðann maður er veikur á því gjorir það skuld bindingu til að reina að uppfilla loforð sitt enn stöðugleiki og goður vani tekur allar vondar tilhneiingar á veg Ekki bruka jeg heldur neitt tobak, jeg hef skrifað undir uppá
nitt
hjer að bruka ekki neina áfenga drikki og Sigríður to þar sem að jeg hef verið þá skrifar því nær hver stulka undir bindindi, því það þikir svo sem sjalfsagt að þær giptist ekki nema bindindis manni svo að stulkurnar koma first og þeir á eptir, því flestir vilja þo eiga stulku einhvern tíma, jeg er nú 00000 uppi settur
Sigríður biður að skyla hjartans kveðju til þín og biður þig að kissa Guðlaugu fra sjer og skila astar kveðju til allra barnanna og jeg í sama mata bið þig að kissa Guðlaugu og innilega að heisa börnunum og jeg oska og bið að hinn algoði guð blessi ykkur öll og gjefi þjer og þínum tímanlega og eilífa velferð, jeg er þinn elskandi einlægur vin
B. Halfdanarson
67 1/2 Woolsley str Toronto Ont
B.H. Hall 20 May 1883
autan á skript
Elskulegi Torfi minn
það lítur nú helst ut fyrir að jeg sje buinn að gleima þeim, sem að jeg held þó að jeg gleimi aldrei, og að svo lánt frjetta fróð0 00 Elskulegt brjef fjekk jeg frá þjer um jólinn skrifað 1 Oktober, 82 að jeg ætti þo að
muna
eptir það hvað mjer þotti gott að fá að lesa það og að heira að þú og allir þínir voru lifandi og við goða heilsu, sem að jeg þakka guði fyrir Mikil hefur ófriðinn verið sem að geingið hefur ifir ysland þessi ár, og verður víst mörgum minni stæð, og hefði jeg verið heima þá væri jeg líkast til laungu komnn til feðra minna enn nu er jeg lifandi og vel lifandi og er hjer til þess að bíða af mjer hrettinn, heima eða þa annar staðar, þa jeg er svo ynnilega þakklatur við þig fyrir þetta brjef sem alt annað, það þo að það væri half
heilli
legt að heira af dauðans tíð er farinn og af leiðingum þess, á samt veikindum og af leiðingum þeirra, þó þikir
okkur gott að frjetta alt útí hörgul þar sem að við erum svo kunnug, mikið þotti okkur um að heira að það skyldu vera 25 veikir í enn í Olafsdal og hefur það víst verið half leiðinn legt og er vitt fyrir þa sem voru á fótum að sja um það, og hefði jeg verið nær þá skyldi jeg þó hafa sott meðöl fyrir ykkur að jeg held ur sömu veikindum hef jeg mist bóður minn Gísla, ungur maður og var austur Múlasíslu lant fra folki sínu, hann skildi folki sínu eptir því nær þúsund kr, hann atti 6 hlutabrjef í Gránufjelaginu, jeg seigi þetta uppa það að jeg nú
lifa
talsvert leingur til að gjera eins vel og hann hefur gjert og að sumir ungir menn græða peninga heima Seyðisfjörður er örðinn betri enn ameríka menn hafa þar 50 kronur um manuð fæði og þjonustu og sumir 3 kr á dag, auðvitað er þettað að sumrinu, rjettar málið fór ekki vel með Indriða sem valla er von, og að gamla Anna ætlar að fa að þefa úr því hvernin er á milli Yndriða og Guðbrandar er
000
það nokkuð gott það ætti svo að vera
jeg skrifa í haust ef að guð lofar
það gleður mig að heira hvað vel geingur í skólanum hjá þjer, þrátt fyrir alt andsteimi og er við leika sem mæta þjer, og fátt þikir mjer vera fjeð hjá þjer og hafa svo marga í heimili til að for
sorga
á samt öðru fleiru sem þu þarft á að halda, jeg vildi bara að það hefði verið komnar til þín nokkurar hveitis og hafra tunnur frá Canada þegar þu attir sem bárst, og þo það hefði verið frá mjer þá hefði jeg vevl gjetað af staðið það, gott er líka að frjetta að andlegt og líkamlegt fjör er að fara í vögst heima og er það einmitt það sem þarf að vera þegar slæma tíðinn er að andlega fjörið á að vagsa enn slæma tíðinn lætur andann og guð gjefur að bráðum fer nú að batna heima Seinast liðið sumar var hjer fremur kalt uppskjera varð víðast hvar
000
í meðalagi hveiti var hjer fra 80 cent til dollar a bushel enn í firra var það $1,42 a bush hafrar 43 Cent bush þa var goður tími fyrir bændur því að alt selist vel sem að þeir höfðu jeg seldi þá talsvert fyrir bondan sem jeg var hjer leingst hjá og fjekk allra mesta hól hjá honum fyrir hvað jeg væri góður og fljótur að versla og að fa mikla peninga
það var líka sem að
hann hugsaði mest um
Haustið var gott enn veturinn langur og kaldur og vorið til þessa tíma hefur verið kalt menn sem að eru bunir að vera hjer 25 ár þikast ekki muna leingri vetur og eins slæmt vor a eptir, jeg var að hugsa um í vetur að fara vestur til Dakota þetta vor, enn af því að sona hefur verið kalt þa hefur mjer ekki sínst
bjargalegt
að fara að búa með því að mjer er orðið vært hjer í Canada og vildi gjarnann hest hafa land hjer, því að lopts lag er hjer holt, enn laund eru hjer dír, svo var það annað sem setti mig aptur að jeg fjekk brjef fra Bjartmari Kristjansyni sem þikist ætla að koma hjer vestur næsta sumar og þikist ætla að hitta mig sjalfsagt hja Davenport, nu
kvað
jeg sje kominn þaðann svo sem þrjár mílur þá finn jeg fljott út ef að hann kjemur það og ætti það að verða betra fyrir hann heldur enn að finna augvann kunnugann, enn komi hann þar ekki og fari rakleiðis til Dakota eða þa til manitoba er það eins gott og jafnvel betra að sumu leiti efað hann kjemur á annað borð hvert að
hann
gjeri rjett eða rángt með að fara fra yslandi seigi jeg ekkert um, manni er gjefið frjals ræði að velja og hafna, og taki maður guð með sjer er maður allstaðar óhultur
Við höfum ekki svo mykið til að seiga yslendingar hjer í amiríku og er eins og að við sjeum frjetta lausir þó sumir af okkur sjeu að latast skrifa heim, það er því nær að jeg skammist mín fyrir það, þar sem er þó öll ósköp af frjettum, og sjeðst daglega í blöðunum yfir alla veröld, og maður les þetta í dag og svo hitt á morgun og eins og hugsar um ekker nema það eptir standandi, og bíða eptir því ókomna, enn gleimir því liðna, það sem mest dregur úr mjer að skrifa er að jeg er bæði stirður og seirn, enn væri það rjett þvert á móti þá skyldi jeg skrifa með hverri ferð
Baldvin Helgason sem var í Gröf á Vatnsnesi, hann fór til amiríku að jeg held nú fyrir 10 árum, og tók land í Canada svo sem 100 mílur hjer north vestur af Toronto a samt fleiru yslendingum og eru nokkrir af þeim þar enn þa, það er mest skóland og seiga þeir að það taki alla mansæfi til að koma landi sínu í gott horf Baldvin hefur nú verið í 3ju ár fra heimili sínu hann for vestur til minnisota
og var þar nokkuð leingi, og svo for hann til Dakota og var þar
nokuð
yfir ár og tók þar land, þar er líka Asgeir sonur hans og heldur búð, hann fann það alla saur bæingana svo sem J. Kr og Hafliða og Kristjan sem fór fra Geitar eigum í einu orði að hann ferðaðist þar gjegnum alla nýlendu yslendinga og leist þar vel á og sagði að yslendingar björguðust þar vel af hver fyrir sig og hefðu ut lit með goða framm tíð, þar er Gísli Eiríks son, ríki sistur sonur Yndriða á Hvoli, hann kom hjer í sama sinn og við og var þá kallaður peninga maður, og svo er enn þa sagt, þeir í Dakota hafa sett upp skola hús sem er sagt að hafi kostað 2000 dollara, enn ekki hef jeg frjett að neirn sje farinn að kjenna þar, og þurfa þeir þes þo með, því fair eða eingvir af laundum gjeta talað ensku, og er það slæmt fyrir af komendur þeirra, og svo mun það verklega vera á láu stigi, þegar einginn gjetur kjent öðrum, Baldi sagði að sumir af þeim seldu
stráið
með hveitinu
á
í
því að þeir hefðu ekki menningu í sjer til þreskja (það gjerði jeg í síðustu lög) svo fór Baldi til Winnipeg, og var þar leingi og sagði þar gott að græða peninga, og svo að eiða og ljet vel yfir hvað yslendingum geingi þar vel, eptir alla uti vistina kom hann heim seint í vetur, og kom hjer við um leið, þó gat jeg ekki sjeð hann, enn Sigríður sá hann og hafði tal af honum og það firsta sem hann spurði hana, var eptir T. Bjarnasyni yfir höfuð sagði hann að sjer hefði litist best á í Dakota þar sem hann væri búinn að fara og sja yfir og þangað þottist hann ætla að fara það firsta að hann gæti, og ef að konan ekki vill fara þá ætlar hann að gjefa henni eptir þetta land sem hann á hjer og börnunum þaug eru flest gróinn
0
upp hann sagði að það væri vest að þar sem að yslendingar settust að til samans að þeir gætu ekki lært að tala ensku og ekki born þeirra og að alt væri í svo
eldum
um kunattu og að þess vegna gæti lífið ekki verið verulega skjemti legt, hann sjalfur talar lítið ensku eptir allan þennan tíma, því að hann hefur mest um geingist landa, þettað er nú það mesta sem jeg hef frjett af laundum
okkar
Hjer kom líka í vetur yslendingur frá Winnipeg, Jon Bergmann sem að er kapteinn fyrir gufu batnum yslendinga í Winnipeg hann hefur $ 199 dl á manuði hann ljet vel yfir hvað yslendingum geingi þar, og best sagði hann að þeim geingi sem að væru stöðugir á landi (það að það eru svo margir landar sem eru á einlægu rokki til og fra) Jon sagði til að minda þeir sem altaf hefðu verið stöðugir í Nía yslandi að flestir af þeim væru komnir í besta horf með efni, sumir sem taka land og vinna hingað og þangað eru svo sem ekkert á sínu eigin landi eru flestir illa af, Jon sagði að þeir græddu á batnum og að þeir sem leggja í yslendinga gróðra fjelagið fá tíu prósent, það er fjoldi sem einlægt flitur til Manitoba og sumir seiga að það sje sa vesti staður sem þeir hafa komið í og vildu feignir aldrei þar hafa komið jeg sá í vetur brjef frá einum yslending sem var buinn að vera 10 ar hjer í Toronto og for til Winni í firra, hann seigir að sjer finnist að alt standi á aptur fotum í Winnipeg drikkjuskapur óregla og soðaskapur sona eru nu sögurnar eirn
lestar
enn hinu lofar kaup er það minst $ 2 og upp til $ 7 hjer fra $ 125 til $ 3 3
3
það er flest dírt í Winnipeg og svo sem helmingi dírara enn hjer og sumt meir því að hús rentuð hjer 5 dl um mánuð eru þar 15
án
og 1 dol hjer eru $ 5 og 6 a ton enn þar $ 18-19 eldiviður hjer $ 5 enn þar 15 sama mal og ef maður fær að ligga næturlant fyrir innan tjaldsdir 50 Cent svo er veturnir kaldir þar og vinnuleisi þá svo að það veitir ekki af að vinna á sumrinn til að hafa eitthvað fyrir veturinn, okkur hjer þikir full kalt þegar er frá 10 til 18, enn þar er talað um fra 30 til 50
grv
og þo seigir pappírinn að forstinn í nothern parti Minnisota og Dakota hefi tekið yfir í vetur, svo eru flugurnar á sumrinn í Winnipeg slæmar svo að þo jeg sje til með að fara til Winnipeg þá langar Sigríði ekkert þangað, fjöldi kjemur hingað af folki þettað sumar það er þettað 2
og
3ju þusund á ferðinni altaf, og eirn dag í apríl
man
toku sig upp 3ju þusund í Liverpool allir til Canada og að helmigurinn af þeim voru bound for Manitoba og höfðu með sjer af peningum 100.000 pun pund, í gær var á ferðinni 38 þusund og 200 með og mart af því til Manitoba
það sínist að mani
toba ætli að biggast
það sínist eins og að flest gangi hjer fremur vel og fljott á framm, jeg heiri og sje nu að þeir eru að
0
spá að það eigi að verða great war úr 1935 the last battle will be faught on earth, that wil be the great fight of arma geddon storms, London will be destroyed and Paris, and all the cities of the earth og að stjörnu fræðingar eigi að sja meira merki fyrir ókom tíma enn þeir hafi sjeð áður, Ekki gjet jeg sagt þjer mykið í frettum af sjalfum mjer jeg lifi sona fremur frægðar lítið, jeg skrifaði þjer síðast að jeg var farinn að vinna við jarn smíði og er í þeim sama stað enn þa og hef
$
1,40 á dag jeg hef hæga vinnu og hef ekki tapað frá vinnu síðann í Oktober nema 2um dögum, sem ekki var þó fyrir veikindi heldur til að skjemta sjer, það er borgað 2var í hverjum manuði og þa vantar mig að fá alla þá peninga sem að jeg gjet hönd á fest, og þo að veturinn hafi verið kaldur þa hefur það ekkert komið við mig og svo hef jeg ekki nema 15 mínutu gang þangað sem að jeg vinn, sem er rjett til að rjetta sig upp jeg hef
june
að Methodist kirkju og fer sjalf sagt til kirkju á Sunnudögum morgun og kvöldinn og stundum á hverju kveldi er jeg á fundum þeirra og svo fer jeg a bindindis fundi á hverju sunnu
deigi á 3 kl, sem á valt leingur og endar með bæn og söng og svo er jeg í sjukra fjelagi firsta til lag er 50 Cent svo er 25 Cent á manuði ef að maður er veikur þá fær sá veiki 50 Cent á dag, $ 3 á viku og ef fjelags maður deir eru gefnir $ 40 dl til að jarða hann Sigríður er og svo í fjelagi, við Doktor sem að er grasa fræðingur hann læknar alt af
go
grösum og jurtum af jörðum og er að kjenna matar til buning hvað sje hollast til að halda goðri heilsu og að utríma van heilsu það eru margir í því fjelagi karlar og konur og hafa opt fundi með sjer, og á Sunnudögum a 3 kl bibljulestur og þíning tillagið er $ 1 og svo er 30 Cent á manuði fundir eru allir fríir og kjensla og svo Doktor
fyar
þa sem veikir eru og nokuð af bokum til að lesa, svo að Sigríður og börninn hafa Doktor fyrir ekkert ef eru veik og þurfa Doktors, svo hefur Sigríður lært þar, talsvert og að þu gjetur sjeð að við erum kominn betur inní líf amiríku manna, enn margir sem komu hjer um sama leiti og jeg veit að bænir þínar og margra minna kæru vina heima hafa hjalpað okkur og vilja hjalpa þú sagðir eirn tíma að jeg findi það ut að jeg hefði gott af því að verða hjer eptir og að
komast svona strags niður á milli
Enskra
og að þu lifir það guðs við stöfun að við hefðum orðið að verða hjer eptir og að guðs með stöfun þjenar á valt til hins besta, og að jeg á lít ekki að hafa verið fyrir utann guðs hjalp og aðstoð, og vona að guðs varðveisla hvíli yfir mjer og okkur, hvar svo sem við erum meðan þarf þess all staðar og ekki síst í Amiríku það eru margar villu götur þar eins og
sumar
vera virðast he00 í heimi, jeg skrifa til Manitoba Dakota Nebraska og Milwukee á samt talað við nokkra sem ferðast hafa um þessi ríki og þegar jeg skoða alt í huga mjer hverninn sje hja laundum, þá finst mjer að við höfum eins skjemtilegt líf, eins og restinn af þeim og kansgji betur því að jeg held ekki mykið af því að vera hjer leingi og kann ekki að svara fyrir sig orði á Ensku og að kunna ekki verkun hjer um bil eins og að hjer er brukað, jeg rek ekkert til baka af því sem þu hefur sagt um amiríku og jeg gjet sagt að þu gjetur sagt betur af amiríku enn margur sem hefur verið þar leingur, þu hefur einhvern tíma sagt að þú hafir sjeð í nylendunum margt fara fram með ólagi og oreglu og að menn hafi tabað helfing af vinnu sinni fyrir van
van kunáttu þetta hef jeg og svo frjett hjer og veit að það gjetur ekki verið verulega skjemtilegt líf hjer eða
hvað
sem að
væri
000000 og að ef maður ekki gjetur talað það mál sem að algeingast er að tala í því landi sem maður er hvað svo sem það heitir, Landar sem að koma að heimann og taka strags land hafa lítið færi til að læra, því að hver hefur svo að gjöra á landi sínu sem vill hafa bærilegt líf sem allir vilja enn fáir gjeta tekið vinnu folk, það er dírara hjer enn heima, svo að hver eirn verður vinna eirn og og leingi til þess að gjeta haft það bærilegt, þar sem þessar yslensku nýlendur eru finst mjer vera einhvern veginn half dauft þeir hafa
eingvann
prest og svo líka samkomu eða fundi og fjör, og þo að sumir segðu þeim að bokvitið væri ekki latið í aska, þá var það ekki satt, því þegar því er stjornað með skin semi þá er það latið í aska og á diska, og mjer hefur á valt fundist að mig vanta meira heldur enn bara það sem jeg hef þurft að
lata í magann
og þó er það það helsta sem maður er að skríða við að gjeta upp filt þarfir hans
í búar Toronto eru
þar nær
100.000 og Presturinn sem að jeg fer til er talinn erin með þeim bestu ræðu mönnum í Toronto og jeg ætla að seiga að jeg hef heirt
nya
gjeð
feldini
ræður hjá honum, sem að jeg heirði hjá sumum prestum heima, og að mjer finst mykil skjemtun að fara hjer til kirku og að vera við alla þar að lutandi fundi, á samt bindindis fundi, sem á valt er fjöl mennur, og jeg tek öll tækifæri sem jeg gjet og sje er mjer til hags í lífinu, enn þo þar sem að jeg þarf ekki borga ut mykla peninga því að jeg þarf að lata svo mykið sem jeg gjet á bánka svo að konann og börninn hafi eitthvað ef að jeg fell ur sögunni, jeg er þo að vona að það verði ekki svo fljott því alt af er jeg nu að hugsa um að taka land og reina buskapin i Dakota og ef að Bjartmar kjem hjer í sumar þa sjer maður hvað seigir næsta vor ef guð lofar, og þa ætlar Bjartur broð þinn að sja okkur þar, jeg vona að hann hafi skrifað þjer í vor og sagt þjer alt greinilegt af þeim bræðrum Ekki þikir mjer mykið
líkt með ykkur Lárusi svo mykið að bjartur hefur sagt mjer, og að ef það er alt satt þa hefði jeg ekki orðið leingur vinnu maður hjá honum enn jeg var hja þjer það var nu helst til
skítt
jeg hefði helst viljað að jeg hefði komist til þín þegar jeg fór frá moður minni, jeg er viss um að jeg væri þa kominn betur á framm mjer þikir að Aðalbjartur gjera það vel
að að
hann verður goður farmer hann hefur gott kaup $ 19an um manuð og alt frítt og lítur helst ut fyrir að hann ætli að komast fljótara upp enn Lárus, þu seigir að þjer leiðist að vita af mjer svona altaf í vinnu mensku, það er nu ekki víst nema að mjer finnist að jeg hafi heldur lítið að seiga og hefði þott gamann að hafa góða jörð og gott bu, enn gjet þó ekki í mindað mjer að þar sem að galmir og góðir bændur mistu því nær aleigu sína þessi hörðu ár að jeg hefði staðið eptir með mykinn bústofn og eitthvað þreingir að bjart næri ef að hann fer á samt auðrum fleiri og yslend er þó mest fyrir fjár rækt enn þegar þarf að fara að kaupa 000000 fyrir fjenaðinn fra ut löndum þá er nu farið að
harðna í ári það er auðvitað að það er ekki gjert rað fyrir því nema í þessum af tökum jeg hef stundum verið að hugsa um þessi hörðu ár að ef að fiki í öll sjól fyrir þjer þa ættir þu að koma hingað og að við skyldum renta fallegt land fyrir nokur ár og að jeg skyldi vera vinnu maður hja þjer aptur jeg er ekki hræddur nema að við gætum grædt peninga á því rjett eins og hver annar og að ef þu hefðir fallegann epla og frudt garð þá hugsa jeg að Guðlaugu litist vel á, það má fá talsvert af laundum hjer til leigu frá $ 3 til 5 dollara á ekru og græða margir á því og kaupa land, það er auðvitað að það þarf
allrend
nokkuð til að birja með og að 0000 sem hentir gjeta það sem er ervitt fyrir eirn, Enn uppá það hvert að mjer finst langur tími hjer, er það þvert á moti því að mjer finst að tíminn fljúa hjer á framm og að hver vikann vera liðin firr enn mig varir og að við bæði erum rjett vel talandi á Ensku og gjetum lesið talsvert sem að jeg vona að verði okkur til gagns og skemtunar þegar við förum að búa og
gjet
gætum kansgi hjalpað auðrum
Elsku Torfi jeg verð nú að biðja þig að fyrirgjefa þetta klor sem að ekki kjemst að neirn sam jöfnuð við þitt góða og frjetta forða tilskrif á samt verð jeg að biðja þig að lesa í málið þar sem er of eða van sem er víða og
000000
blessaður brendu þessar blek slettur frá mjer eptir að þu hefur komist að meiningunni, jeg sendi þjer hjer með svo lítinn part úr Teligram svo þú sjáir orð rjett hvað hann seigir af yslendingum í Winnipeg það er nú samt svo ó hreint að það verður valla lesið því það lá leingi í vasa mínum sem jeg hugsaði að það væri gamann að lofa þjer að sjá það, Fyrir guðs náð erum við öll vel, við eigum tvær dætur hjá okkur og eru vel af guði gerðar, við eigum svo mykið fyrir liggandi af peningum sem að tekur okkur þó það væri til yslands og veitir valla af að landar sem að hjer eru ofundi okkur ekki af því að okkur gengur þolanlega vel, Hjer er yslendur giptur maður sem að er buinn að vera hjer því nær 10 ár og hefur ekki nema það sem hann eiðir daglega og var vinnu laus því nær í allann vetur
og sumir ungir menn sem ekki kjæra sig að spara neitt fyrir regn daga svo sem veikindi eða ekki, svo að þu gjetur sjeð að okkur geingur ekki svo illa í samann burði við aðra og að við höfum nó fyrir okkur til fæðis og klæðis á samt
goðri
heilsu sem er mest vert, lof sje guði, það er mest fyrir tvo Einglendinga að jeg er ekki kominn til Dakota eða Manitoba annar er bondinn sem að við lifðum leingst hja 3 ár hann hefur altaf tekið úr mjer að flytja svo fljott til nylenda og vill helst að f jeg gæti feingið gott tæki færi að vera einhver staðar nálægt Davenport, honum líkaði vel við mig og seigir alaf að jeg gjeri vel á landi, það sem að okkur skyldi að hann er sár á
peningum
enn mig vantar að fa svo mykla peninga að jeg gjet, hann er mjer samt ávalt vinveittur og ráðhollur og seigir mjer á valt eitthvað um land bunað og ljær mjer bækur því við vikandi þar sem að jeg var útá landi og að jeg þekki þar seiga allir að jeg gjeri vel á landi og gjet mjer góðann vitnis burð sem bonda